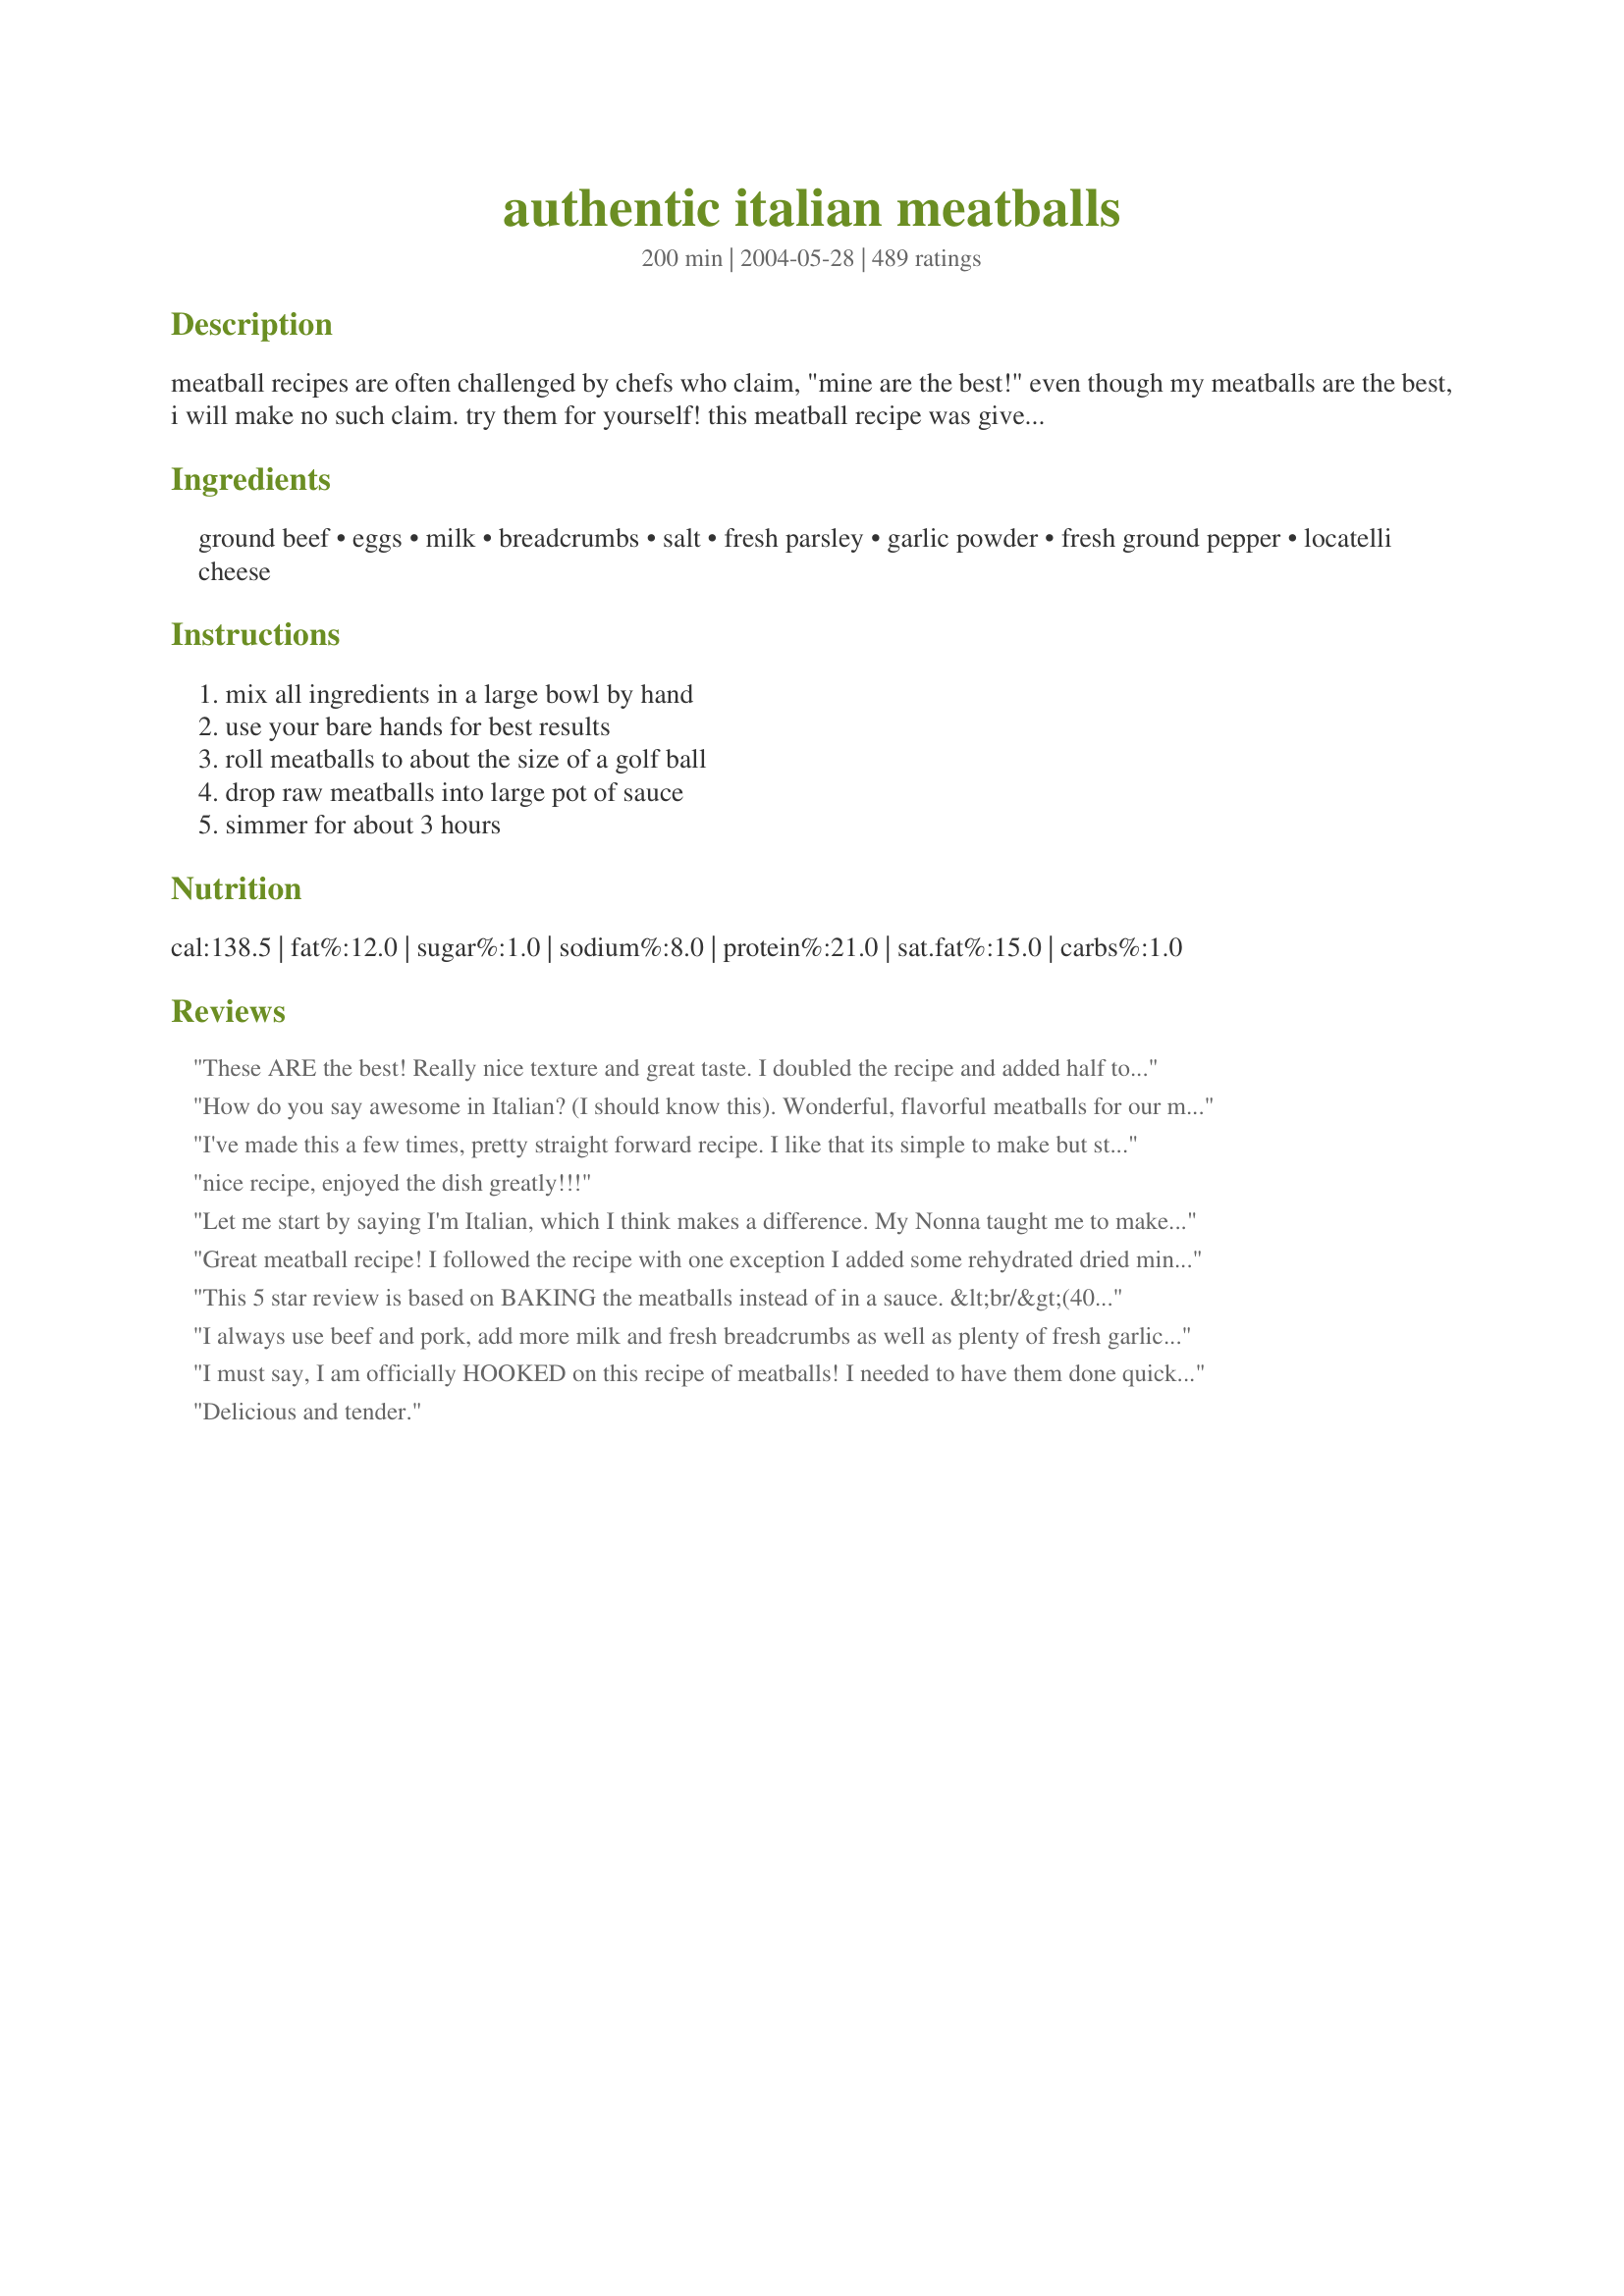
authentic italian meatballs
Preparation time: 200 minutes

meatball recipes are often challenged by chefs who claim, "mine are the best!" even though my meatballs are the best, i will make no such claim. try them for yourself! this meatball recipe was given to me by my father who got it from a little old lady from italy that he knew. it's amazing that she gave up her recipe to him, but i sure am glad she did!

Ingredients:
ground beef, eggs, milk, breadcrumbs, salt, fresh parsley, garlic powder, fresh ground pepper, locatelli cheese

Steps:
mix all ingredients in a large bowl by hand, use your bare hands for best results, roll meatballs to about the size of a golf ball, drop raw meatballs into large pot of sauce, simmer for about 3 hours

Reviews:
These ARE the best! Really nice texture and great taste. I doubled the recipe and added half to the Authentic Tomato Sauce recipe (YUM) and browned and cooked the other half in a skillet. I used those for meatball sandwiches and have some in the refrigerator for whatever. Excellent!
How do you say awesome in Italian? (I should know this). Wonderful, flavorful meatballs for our meatball subs! Covered them in marinara sauce, spooned them into huge hoagie buns, & sprinkled a combination of mozzarella & provolone on top. Then I toasted them in the oven like Quiznos does. Only these were better!
I've made this a few times, pretty straight forward recipe. I like that its simple to make but still tastes good! I'm Italian, so I'm pretty critical of recipes claiming to be &quot;authentic&quot; but this seems like standard meatball recipe. Great as is or could easily be tweaked by adding sausage or parmesan or a little paprika and you can bake it the oven if you want it faster or lightly fry in olive oil if you want them less mushy... the slow cooker or sauce pan is the traditional way.
nice recipe, enjoyed the dish greatly!!!
Let me start by saying I'm Italian, which I think makes a difference. My Nonna taught me to make meatballs some years ago.... you know a little of this and a little of that, but I can never get the proportions right. When I came across this recipe I was very excited because the ingredients are exactly the same as my Nonna's and the proportions are dead on! This was a fantastic recipe, extremely authentic and made me feel like I was home again. Thanks!
Great meatball recipe! I followed the recipe with one exception I added some rehydrated dried minced onion. Next time I think I will add some crushed red pepper flakes to spice it up a little more because we like a little extra spice. These are very moist meatballs not dry at all and they did not fall apart either. this one goes into my favorites file thanks so much for posting!
This 5 star review is based on BAKING the meatballs instead of in a sauce. &lt;br/&gt;(400F for 20 minutes)&lt;br/&gt;&lt;br/&gt;I love how simple this recipe is. I use ground beef mixed with ground pork, I use Italian seasoning instead of Oregano, and I omit parsley. &lt;br/&gt;&lt;br/&gt;Each meatball measures at about 2 tablespoons. Using 500g of meat, it yields about 16 meatballs.
I always use beef and pork, add more milk and fresh breadcrumbs as well as plenty of fresh garlic, chopped parsley and parmesan cheese. I make huge batches like I did today (152) bake them on sheet pans in the oven and then freeze what we won't consume within 2 days. Good basic recipe though!
I must say, I am officially HOOKED on this recipe of meatballs! I needed to have them done quickly so I put them in the oven at 400 degrees for 10 min and then reduced heat down to 350 degrees for another 5 minutes THEN put them in the sauce. DELICIOSO!!! THANK YOU FOR POSTING!
Delicious and tender.
I made these tonight - my first meatballs ever, and they were indeed very good.

One issue - I kept my sauce covered with a lid that has a hole for steam. However, even at the lowest range setting that I could use, the sauce greatly reduced, and turned dark and heavy. In other words, it wasn&#039;t very good with the spaghetti and meatballs. And - I only cooked them for two hours.

I wonder how others handle this? Is it possible to use just water to simmer the meatballs? Next time I will definitely make a separate sauce to have with the meal, and will not bother to waste onion and mushrooms in the simmer sauce.
What a great recipe! We all loved it!! Will definitely make again.
I don't eat meat and rarely make it, but I made these for my Dad and he enjoyed them. He is the one that gave them a 4 out of 5. I saw another reviewer said you should broil them for a few minutes first to keep them from getting mushy. Mine were pretty soft so I could see where this might help. Overall he seemed very happy with them, so this is where I will come if/when I make them again. Thanks!!
This is the best receipt for meatballs I ever tried. This is the way they make them in Italy. No frying or baking involved at all. The secret is the slow cooking. Just follow the directions and simmer them in traditional homemade pasta sauce for 3 hours on very low heat and the final result is incredible. Last night I made double dosage which was around 60 meatballs and they have been &quot;destroyed&quot; so fast at dinner. I guess next time I have to make 3 lb of meatballs.
I have never liked meatballs until I tasted these. They are the best. We make them using italian style breadcrumbs then put them in the oven to cook. Yum!
thank you!!! my girls really devoured your meatballs!!! thank you, i used with zucchine side dishes........




please, please if you really want to eat real italian food and recipes!!!!
here in italy MEATBALLS AND PASTA in one dish , do not exist!!! so sorry for this......
Lets face it, the search for the perfect meatball is over...because it doesnt get better than this!
Simply delicious!
OK I'm just a guy but I like to cook. I have made a lot of meatballs. These were the best tasting by far. I used 1lb ground round and made 1
I just made these per the instructions, and after reading many of the reviews, came to the conclusion that one person&#039;s mushy meatballs are another person&#039;s extremely tender meatballs.(chuckle) These were very tasty, but, .....well, soft, even after they were thoroughly cooked. Next time I will lightly brown them first, either in a skillet or in the oven. That&#039;s the way I&#039;ve always made my meatballs before, and using my very similar recipe, have always been satisfied. I thought I&#039;d try this technique to save a step. Anyway, thanks for posting this recipe, and as stated before, they&#039;re very good. Up-date: made these again, but lightly seared them off first in a skillet. Liked them better seared, but still delicious.
Oh my lord, I'm sitting here with the aroma of these meatballs in the authentic sauce wafting from my kitchen I haven't eaten them before, but I know these are going to.be Heavenly. When I was putting it together I was talking to God, thanking Him for the wonderful bounties He provided. Everyday my cup runneth over.
Love this recipe. Added a couple of changes based on my dad&#039;s recipe as well.
Have to laugh that you think the little Italian lady gave your dad her recipe...
She may have given him a recipe, but any Italian I know would never give the whole recipe. ?
These meatballs are hard to stop eating. Next time I will add a lot more oregano and parsley and some rosemary - not that they were bland, I just prefer a strong herb flavour. Thankyou, I will be using this recipe again and again.
Husband told me these need to be a regular meal... he and the kids loved them! (i did too ;)) I didn't have time to let the meatballs simmer for 3 hours, so i baked them on a sheet pan covered in greased foil for 25 min on 350 (i think). They still turned out so tender and flavorful, i simmered them in the pot of sauce for roughly 20 more min. Served over angel hair pasta, so good!
These are really good. I made exactly as directed. Next time, I will put them in a crock pot to simmer. They froze well, too. I trippled the recipe for a party. Thanks for posting.
Delicious....perfect meatballs...thank you.
The best meatballs I've ever made, Allie! I've never cooked them this way, dropped right into the sauce. They are so tender and delicious! I made them with your sauce, which is also to die for. Didn't change a thing. I got the sauce going, mixed up the meatball recipe, and brought the bowl right over to the stovetop to roll the meatballs and drop them in the sauce. Fabulous! Another heirloom recipe. Thank you so much for sharing these 2 recipes with all of us!
Once you 'change' a recipe it ceases to be the author's recipe and becomes your own recipe. Post YOUR recipe on your own site and don't presume to change the cook's personal recipe. If you don't like the original recipe, you are free to post your own somewhere else, but respect the author on the author's site. An aside comment, though: simmering the raw meatballs in the sauce IS the authentic method of preparing Italian Meatballs and following the recommended length of time, the meatballs don't come out 'mushy' at all. 'KICK?'. Meatballs in this recipe don't have 'kick'. You want kick in your meatballs, kick 'em through the goalposts and write your own cookbook.
I didn't care for these meatballs. All I could taste was the breadcrumbs. There was no beef flavor. Not enough seasoning either. Will not be making these again.
These are the best meatballs I've ever made. Although I bake mine &amp; they come out wonderful every time.
These are very easy to make. I used 1 1/2 tsp. dried parsley in place of the fresh. I also baked mine in a 400 oven for 20 minutes. The texture and taste was very good. This would be great to make for a crowd.
Honestly hands down the best. Easy to prepare, almost always have the ingredients on hand and have become a Sunday night tradition in our family. I use Italian breadcrumbs instead of plain and I also brown the meatballs just a little before simmering in the sauce to give them firmness. No other recipe comes even close to this one, many thanks to the person who gave this recipe up.
I browned them in olive oil first and dropped them in a crock pot full of sauce. When I got home from work they were awesome. Thank you!!
Voicemanray if you read what they wrote you will see that they did follow the recipe and then next time tweaked it
These meatballs were amazing! Truly authentic Italian meatballs!
Thank you for this recipe they was very good meatballs.. i did not used any milk at all but i did add 1/2 cup of minced dried Porcini Mushroom in it. they came out very nice 
Thanks again
It's actually a 4 1/2 star rating. The flavor of the meatball changed the flavor of the sauce as they cooked. Followed the recipe except for cheese. I used manchego because I had it. These were very tender and soft. Not soft mushy but soft melt in your mouth. A very good meatball.
Very sturdy, yet moist enough meatballs. I'm sorry to say it was missing a ton of flavor (we're the family that can't eat bland). Next time I will: 1. Add a ton more spices, including chilli powder (we like spicy). 2. I don't like spending that much time in the kitchen so I will make it in the pressure cooker. Will only take 15 min vs. 3 hours. 3. I will def. brown it in my cast iron skillet first. It may not be authentic, yeah yeah, but everything browned (meat, spices, onion) makes almost every dish delish! <br/><br/>Good base recipe, but needs some spice in it's life.
I&#039;ve used this recipe soooo many times. These are by far, the best I&#039;ve ever eaten. The kids love them and want them a couple times a month for meatball subs.
Amazing meatballs! I did leave out the salt and since I didn't have any ground beef, I substituted ground turkey with excellent results! Thanks so much for a wonderful recipe :oD
I've never made meatballs before, and these were perfect! Everyone loved them and they were super simple to make. I baked mine at 400 for about 20 minutes instead of cooking them in sauce as I was pressed for time, and they were fantastic!
I have 2 lady sister friends from Sicily, Italy that uses the same ingredients except they use dried garlic {has a stronger garlic flavor}&amp; they use pecoroni romano cheese, also has a stronger flavor compared to parmesan cheese. But one lightly browns her meat balls because she wants a little firmer meatball. The other sister likes her meatballs soft &amp; tender, so she cooks them as this recipe states. Really, both ways are very good. I&#039;ve tried both ways &amp; I can&#039;t decide which I like better. Both are Yummmmmmmmmmmmmmy.
I'm making these for the second time today; although I am working with 5 pounds of ground beef this time, since we loved them so much the first time. Today I am cooking them in Recipe #92096, but the first time I baked them in the oven and just tossed them into a jar of Ragu. They were awesome!! Thank you for the great recipe.
These where awesome!!! My meatballs where perfect didn&#039;t fall apart at all!! I followed the recipe to the tee ,only I made a a bit more so just double everything!!! Thanks for sharing this will now be my family&#039;s go to meatball recipe!!!
Yumm-o! So good, everyone loved them. Thanks for the recipe.
Made these with the recommended recipe for sauce. I put the sauce and the meatballs in a crockpot on high for 3 hours instead of simmering on the stove. Worked perfectly!!!
I found the Parmesan cheese to be a little overpowering. I am not a fan of the stinky cheese, but the rest of the family are. They all raved about them. Thus I will give it 5 stars.<br/><br/>I double the recipe and used 1 lb of ground beef and 1 lb of sausage. I fried half of them to add to my sauce. The other half I put in a deep frying pan with water that came up half way on the meat balls. Both preperations came out moist and tender. I will make again. Thanks
Mmm! These meatballs were good. I used fresh grated parmesean cheese, too. I used dried parsley because I didn't have any fresh. I made your sauce, too. It was very yummy and easy to put it all together. I DID brown the meatballs and drain off the grease before putting them into the sauce. -- 

These meatballs are amazing. Make them EXACTLY as posted. Ground beef 85% and use plain breadcrumbs. Put in tins in the oven to brown and then throw them in a pot of sauce. Truly amazing. My company always wants these. They've become my &quot;secret&quot; recipe!!
It&#039;s taken me 56 years to finally make a good meatball! I&#039;ve used this recipe for home and pot luck events-people rave! This last time I had complements from 2 Italian chefs as well as 2 100% Italian families! Couldn&#039;t have higher praise! My only changes were: 1. Omit garlic(I know... but I hate it) 2. Add lots of chopped onion 3. Cook in a crock pot for 4hrs on high (or 8hrs on low). 4. I usually use ground turkey and omit the milk. No one knows the difference! As a lazy shortcut, I&#039;ve been using a jar sauce- surprisingly, I found that inexpensive store brands work better than the national brands. Today I&#039;m going to try the &quot;authentic marinara sauce&quot; recipe-I have high hopes! Many thanks to the authors of this recipe!
This is the best meatball recipe that I have ever had, even my son who hates ground beef loved it. Definetly a keeper!
AMAZING recipe! It is so simple, yet so delicious. We followed the recipe exactly and simmered them all 3 hours in the "Authentic Italian Tomato Sauce"--#92096. The meatballs were not mushy in the least. The only trouble we had was waiting 3 hours, this food smelled so incredible. We served them on toasted hoagie rolls with mozzarella for meatball subs. Even our picky children ate theirs. I will double the batch next time because we were so disappointed we had no leftovers.
Delicious!
These are the best meatballs, the flavors are excellent and my family's new favorite. Thank you for sharing!! First time I made these, I baked the meatballs first , 4 mins per side at 325 . the next time I followed recipe as written. Amazingly delicious either way.
The meatballs are really nice, but mine didn&#039;t need 3 hours. Were perfect, tender and cooked through at 1 1/2 hours. I added things to taste: hot sauce to the meatballs, and cooked in a spicy homemade pasta sauce with tons of fresh tomato. Served on top spaghetti with extra parmesan. Delicious
My boyfriend and I loved these! It was my first time making any kind of meatballs from scratch, and they turned out tender, juicy, and delicious.
Oh my gosh! Fantastic and easy to make!
These are awesome!! I baked them and froze them in sauce and they thawed well are tasted great!! Thanks.
These were excellent! The only change I made was I used 1/2 beef and 1/2 pork and doubled the recipe. I also baked them in the oven because I was in a hurry and like to freeze them. I put them on a dish in the freezer until solid then put them in one of my Food Saver bags for future use.
I baked the meatballs at 350 degrees for 20 minutes due to time constrictions. The authentic Italian Meatballs had nice texture and flavor. It is worth mentioning that the egg and bread crumbs have a vital role in retaining moisture and binding ingredients.
GREAT meatballs! I mean GREAT! I have tried many meatball recipes and I have one of my own. This one beats them all hands down. The only change I made was that I mixed in mild Italian sausage with the ground beef (2/3 beef with 1/3 sausage). Other than that, I didn&#039;t change a thing. I&#039;ve read the debate in the reviews about cooking the meatballs in the sauce and I did exactly that. I had always partially cooked them in the oven and this was the first time I cooked them in the sauce. They did not get mushy and did not fall apart at all. They came out perfect and added depth and flavor to the sauce (In Memory of Brats Authentic Tomato Sauce - it&#039;s also awesome!). I used a 1/4 cup measuring cup to assure consistency in the size of the meatballs. I tripled the recipe and froze the extras raw so I could defrost them and add them to a new batch of sauce. These are the meatballs you&#039;ve been searching for!
Best meatball recipe ever! Enough said!
I followed the recipe as stated. They meatballs were just ok. Nothing spectacular. I think next time I will use fresh garlic, double the spices and maybe add some chopped onions to the mix. There just was not enough flavor this time. Overall good but just not great.
After reading a review about broiling these meatballs first to alleviate mushiness, I did so. 5 mins on each side, then, simmered in a large skillet with sauce under medium-low heat for about 30-40mins.

The seasoning was also an issue in some reviews, so I substituted in 1/2 lb of ground Italian sausage.

Superb!!
Very good meatballs! I followed your directions exactly and my whole family liked them. My recipe for meatballs is very similar, except that I use wet bread (soaked in water, milk or wine - depending on what I feel like) and fresh garlic. I normally bake my meatballs before putting them in the sauce, but I do make a Mexican soup with meatballs that you drop raw into the sauce. I've often thought of doing it with my Italian meatballs, but I just wasn't sure. But they turned out great! Thanks for sharing!
I used ground pork in leu of beef. They were amazing!
These are great with one change (which is why I gave 4 stars instead of 5). I use 50/50 ground beef and italian sausage and they are perfect. I always make them with the suggested sauce - amazing also.
I've been using this recipe for years but I go three times. End up with 36-40 2oz meatballs. Also use pork neck bones which add enormously to the sauce. Best recipe you'll ever use.
This is DEFINATELY the best meatball recipe EVER!!!! I made a double batch and we ate meatball sandwiches the next two days. They almost melt in your mouth, they are so moist and tender. I didn't have a big enough batch of sauce so I cooked them in the oven first and then put them in the sauce. Yummy!!
These were AMAZING! I used seasoned Italian breadcrumbs because thats what I had available, and mozzarella because I had no parm. The meatballs were rich, silky, and so flavorful. I did not want to cook them in the sauce so I cooked them in mini muffin tins for 20 minutes until they temped out. Very easy and worth the extra effort to make my own.
These are perfection!!!! And so is your sauce.
This one goes in our family favorites book!!
I was struggling with making good tasting meatballs and used this for the first time when I needed to make meatballs for a party. I now use this recipe all the time for meat sauce, meatballs and even meatloaf. It&#039;s delicious. This is not my &quot;go to&quot; recipe.
Outstanding meatballs!! Thanks.
These were good. We didn't care for the taste of Oregano in them though. They had a very nice texture and I liked that you didn't have to fry them first.
Great meatballs. I cooked them in the crockpot though. Laid a few celery sticks to rest the meatballs on top and covered in tomato sauce. They turned out fantastic.
These are soooo good -- a great flavor and consistency. And they're super easy!! I couldn't cook them in the sauce because of a tomato allergy. So, I took one reviewer's suggestion to bake them in the oven at 400 for 20 minutes, and they turned out perfectly. We froze the extras, and by leaving them out of the sauce, we have flexibility in how to use them for future meals (i.e. we can do meatballs and gravy over mashed potatoes).
I tried it and it turned out to be perfect! Thank you for your recipe. I couldn&#039;t get enough of it, especially with your sauce! :)
hands down... easiest and most delicious meatball recipe. I used ground turkey since that was what I had on hand. Perfection.
These are simply FABULOUS!! Thank you, thank you ,thank you again and again!!
I have a Better Homes and Garden New Cook Book, printed in 1974. on page 122 is the same recipe except they use water instead of milk and they brown before adding to sauce.
I give 5 stars if broiled (or even brown in a pan) before cooking in the sauce. Excellent flavor! Since we have 2 children, we made them "tablespoon size" and broiled them for 10 minutes (flipping half way through). We are using a new homemade sauce recipe, so I wanted to rate these BEFORE cooking them in the sauce. For a 5-star, I must be willing to serve these to friends and I would for this recipe! Thanks for posting!
I made Recipe #329379, and was looking for a great meatball recipe and this one caught my eye. The meatballs came out nice and tender and full of flavors from the mix of ingredients. The milk helped hold the other ingredients together. Authentic meatballs with authentic Italian sauce. This was a fabulous combination that I will make many times in the future!
I made the original recipe the first time and it was ok. But now I use fresh garlic and brown them in olive oil first with some diced onions. They are delicious.
locatelli romano cheese has a flavor all its own, which is very strong with a strong aftertaste. I would recommend you sample this cheese and make sure you like this flavor and smell before adding to recipe. It may be Ok with a mild romano but this was the un-edible I am from an Italian family and have been cooking Italian handed down recipes for 25 years. My husband literally spit it out.
Delicious meatballs! This was my first time making meatballs from scratch and they came out perfect. Not mushy at all - perfect consistency and taste!
These were good and easy to make. They smelled so good cooking. I doubled the recipe and used Ragu marinara sauce. Next time I would make my own marinara sauce. We ate a few for dinner and I froze two packages of meatballs for later dinners. It was so awesome to be able to put the meatballs directly in the sauce and not have to cook them in the oven first. Will be making again.
Glad I didn't cook the meatballs in the sauce, because baking 16 minutes at 400&deg; left them a little mushy. I added another 2-3 minutes, which made the texture perfect. However, I have to agree with &quot;relreviewer&quot; that &quot;the cheese stands alone.&quot; Before I took a bite, something smelled &quot;off.&quot; I didn't find the taste repugnant, but it was definitely the cheese that added a little &quot;bite.&quot; Next time, straight romano.
To the people saying simmering meatballs in sauce makes them mushy; meatballs are supposed to be soft. It&#039;s only the American way to bake them to be crispy. If you want delicious AUTHENTIC Italian meatballs, you need to simmer them in sauce. Whoever your husband got this recipe from is spot-on. My whole family is from Italy and this is the only way we cook these suckers. Delicious!!
Just want to say I tried these meatballs today. Thank you. They turned out great. Did them in my slow cooker on low for about 5 hours. They held together perfectly.
Love these meatballs!! I've tried many different recipes...this one got the family's vote. I now only make these...thanks for the recipe:))
To add to my rating of 10 stars I did use 50% italian pork which gives it an awesome spicy taste. Also simmering them for 3 hours in the sauce did not make them mushy.....and I made them large so probably why I ran out so fast!
Absolutely delicious! A very simple but perfectly scrumptious recipe! I made the meatballs for a party, and everyone enjoyed them. We saved the few that were left, and they reheated excellently. Five stars!
These are truly delicious. They are my go to recipe for meatballs and they NEVER disappoint. If I'm behind on time I pop them in a 350 oven for about 10 min then finish off in the sauce. Thank you for this wonderful recipe.
These are the best meatballs I've ever made! Don't let the simple recipe fool you, I've tried so many recipies some similar to this that I almost didn't try but I'm so glad I did. I made these with ground turkey and added 1 grated clove of garlic instead of powder. Flavor and texture were perfect. Next time I'm doubling recipe. Thanks so much.
Did 3 pounds..they where mesmerizing meat balls..lots of left over. Still oving them with my favorite pasta
Easiest and best metaballs! Make ahead, freeze, drop in the pot!
These meatballs were ok. But even still they were bland. 
Needed more flavor and salt AND A NEW FIRST PLACE RECIPE.
My last set of meatballs came out so soggy. I added all the ingredients to a &quot;T&quot;. I couldn't get the meat to stick together. I feel like two eggs and all that milk made them not form properly.
Great recipe Allie! I never heard of putting milk in meatballs but it really helped to bind the ingredients. I had rolled 5 meatballs before I realized I forgot the milk, so I added and remixed it. I was kinda nervous about the sauce getting greasy since I usually pre-bake my meatballs and drain them before adding to sauce, but these were fine, I used lean ground sirloin and regular ground beef. I also used your sauce recipe, thanks for sharing this :-)
All I can say is WOW! These are delicious!<br/>Just the right amount of seasoning, tender texture. <br/>I used the list of ingredients and then browned these in a skillet. I prefer the flavor that the meat juices impart on a recipe when prepared this way.<br/><br/>I also didn't use them with an Italian style sauce. I made them with a rich mushroom gravy and served them with red potatoes. My hubby loved them so much he mad a glutton of himself and ate until he was absolutely miserable. That's a win in my book!<br/>Delicious and versatile. Thank you so much for the recipe :)
These meatballs were the best my oldest is very picky with his meatballs and never likes any- but today he couldn't stop eating and asked for more and more!!! Thanks so much
These meatballs are GREAT!!!!! Easy to make and super tender and tasty. ..FOLLOW the recipe and you will have perfect meatballs that people will rave about.
These were tasty little morsels. I was a little dubious about the milk, but followed your recipe exactly. I also had concerns about the time frame, but they were not overcooked at all. I loved this recipe Allie, and plan to make it again and again.
These are excellent meatballs! I used fresh garlic and I loved the oregano in these! I had never cooked meatballs in the sauce either, and it was making the guys really nervous, but they turned out perfect. I did use your sauce recipe and it's a great combination of flavors. I really loved the texture of these meatballs as well.Will definitely be making these again, thanks for sharing!
Made these tonight per the instructions and they were yummy. I know they are going to taste even better tomorrow night for dinner. Yes, they don&#039;t have a
I was a little aprehensive about using milk in the meatballs but they turned out fantastic (I used skim milk). You didn't specify what type of cheese to use so I used freshly grated Parmesan and Romano cheese. I subsituted fresh basil for the oregano and that's the only change I made.I cooked them in your (Daddy's) sauce recipe #92096 and I was rewarded with 13 of the best meatballs I've ever had.
I uese this recipe and have for years...was given to me by my italian babysitter when I was growning up. I have always dropped my meatballs directly into my sauce to cook saving myseld time/dishes etc. and I like the taste and texture they have...great recipe!!!
I wouldn't call them mushy, but tender and delicious! We had along with spaghetti and garlic bread with a side Caesar salad and everyone here was very happy with the meal. My DH said he thought he was at an Italian feast with this meal, and that's a BIG compliment from him!
What kind of ground beef: chuck, lean, top round, sirloin? Makes all the difference in the world what kind of beef. I prefer the lean ground plus a quarter pound pork sausage. Makes an excellent dish
This was a perfect recipe, prepared exactly as written. When slow simmered just like my Nonna used to do, the meatballs are perfectly textured. Italian breadcrumbs and a good quality parm&lt;br/&gt;give the meatballs just the right touch of truly authentic flavor. This will be my &quot;go to&quot; meatball recipe from now on!
I made that recipe..Very nice!! Meat balls are perfect..
These meatballs were a big hit. Very moist.
These meatballs came out just perfect.. I used 1/2 tsp. Italian Seasoning instead of the oregano and 1 clove fresh garlic instead of the powder. I baked them for 10 to 15 minutes at 375, or until firm before adding to a good spaghetti sauce.
These are delicious meatballs! I tripled the recipe and froze them for quick meals. I simmered a batch in some home canned spaghetti sauce for supper last night and everyone enjoyed them. Great recipe for Italian meatballs that I will use repeatedly.
These are very similar to my grandmother&#039;s. I made them today and will definitely be making them again. Thank you for posting this great recipe.
I made this for my family and friends for a pasta party before a marathon and everybody loved it. Definitely a keeper! I put it in a slow cooker and it turned out great!
Like all recipes this one needed to be tweaked. It is the perfect &quot;base level&quot; recipe for an Italian meatball but not the perfect one for me. I used every ingredient listed and also added 21 other common spices of a pinch and one half. In addition I added paprika, red pepper (Cayenne), and did not cook in the sauce as that makes them mushy. I baked on a metal pan in the oven for 10 minutes at 440 degrees Fahrenheit. This make the meatballs set. Then I put into the saucepan and slow cooked them for another 1 hour. 3 hours is overkill and the sauces sometimes break if cooked to long or on too high. This can happen even on extreme low. If I was stewing raw tomatoes to make the sauce, then I would agree to even more than 3 hours.
I've tried many meatball recipes from quite a few of the "tv chefs". This is my favorite. I do add a little onion powder but otherwise stick to the listed ingredients. The flavor and consistency are great. I have cooked them directly in the sauce, but II prefer to bake them in the oven. I keep these meatballs on hand in the freezer for quick meals. They make highly coveted leftovers in my house. ***Update: Still making these on a regular basis, with and without the addition of the onion powder, and sometimes subbing dried parsley for fresh. The absolute best result I have had to date was the result of using fresh bread crumbs instead of dried and pan frying before dropping in sauce to cook through.Also, I use a food scoop for uniform size, and food prep gloves rather than bare hands, which not only cuts down on mess, but produces a smoother surface on the meatballs, which makes them brown beautifully and have a better bite and mouth feel. Prepared this way, they really are superb.
As others suggested, I baked mine on a rack over a baking sheet for 20 min at 400 degrees F. Perfect!
These were delicious. The recipe itself is very simple, but as I pulled them out of the croc pot everyone thought I had worked that voodoo that I do so well. No voodoo though, just this recipe. Delicious.
Ok.. there are a great many meatball recipes out there, and when it comes to seasoning - it is very much personal preference. So, IMHO the 'keys' in the recipe are: 1. The milk in the meatballs makes them rich and helps to keep them moist. 2. Cooking your meatballs in the sauce keeps them moist, gives your sauce a heartier 'meat' flavor throughout, opens up stovetop space, and grants you flexibility on cook time (I did mine on low heat in an uncovered stockpot for 4 hours). I used 94% lean meat and some italian sausage and it worked great.
These were incredible! When an Italian family tells you they love them (and they devour them), you know you've got yourself a great meatball recipe! I broiled them for 5 minutes before putting them in the sauce, and they turned out perfect. Wonderful recipe!
Ugh, why wouldn’t the sauce recipe be listed as well? I’m new to this site - so listing a number in brackets (referencing the sauce) doesn’t help ME at all. ?? Moving on I guess.....
Greatrecipe! I added onions and baked them. Thanks!
Great recipe! I doubled the recipe and we all enjoyed them very much!! Thanks ~In*Memory*of*Brats~....
Great!!! Easy quick and very good.
Excellent meatball recipe! I followed the recipe except used Italian seasoned breadcrumbs and bake in 400&deg; oven for 20 min. as recommended in another review since I wanted to freeze them. Next time I will cook them in the sauce. Thank you for sharing!
Made these this afternoon so they could simmer until dinner. Following the advice of my Sicilian ancestors, I baked the meatballs in the oven @ 350 degrees for about 20 minutes then added them to my sauce to absorb glorious flavors. Italians NEVER cook for a few, always a crowd and even though we are empty nesters, I made 40. I plan on having my husband's Swedish fam over meatball subs/salad so the other 30 hit the freezer. Of course, I paid homage to Nonna...a little bit of this (seasonings), a little bit of that. But, DEFINITELY, these were simmered for a few hours before serving. My family always made meatballs with white bread soaked in milk, but who eats white bread anymore? So, I used dried Italian bread crumbs. Tender, flavorful and easily smooshed apart with a fork (due to the simmering). While Swedish hubby mows the lawn, Italian wife is enjoying a glass of fine wine &amp; one of these DELICIOUS wonders!! Hey, I missed lunch! Don't judge me. Ha! LOVE THESE!!!
Wow! Add me to the list of fans who love these meatballs! I was astounded at how simple and inexpensive this meal was and it still tasted fantastic! I paid just over $4.00 for almost 600g of meat (I realize this is over a pound but I was feeding a hungry crowd)Everything else for this recipe is a staple and so I already had in the house. I made 24 giant meatballs with the meat mixture. I simmered them in your sauce in my crockpot on high for 4 and a half hours. The whole house smelled delicious. I fed my parents, my three children, my niece, nephew, my husband (who I might add, are all big eaters) and myself and still had leftovers! Thanks so much for sharing this recipe, we all enjoyed it and it will be made again soon.
was so easy to prepare, well the family can't get enough...thank you so much
I make my meatballs the same way except I used fresh chopped garlic. My recipe comes from my Italian grandmother who immigrated to the states in the early 1900&#039;s. Meatballs will not become mushy if your gravy is hot enough before adding meatballs. Bring gravy to light boil; immediately reduce heat to simmer and add your meatballs. Do not stir gravy for least least 1/2 hour, preferably 45 minutes to one hour. Your meatballs will be firm but juicy! I&#039;ve never had a mushy meatball cooking this way!
PERFECTO!!!! I made this exactly to the T and its AWESOME, THE BEST MEATBALLS I ever made!!! I'm German &amp; Irish and my husband is Italian all the way so for the few first years it was hard to cook Italian food right but I think I got it...this recipe DEFINITELY is added to the Italian menu...he LOVES them!!! Thank you for making this recipe as an Italian recipe staple for Sunday's sauce (gravy)!!!
I didn't make this recipe but wanted to check out this recipe, as I saw it when entering a contest. Didn't really appeal to me, though. But one thing I DID notice was that it said it served 10. One pound of ground meat and it serves 10? Boy, those golf ball sized meatballs must be more like marbles. I put a lot more stuff in my meatballs, too -- all fresh stuff, too, except for oregano as I prefer the dried to the fresh (I use the fresh occasionally but always use the freshly chopped oregano leaves a few minutes before I turn off the heat). I ALWAYS crush my dried oregano -- I do this with any dried spice that I use in leafy form -- between my fingers before adding it to anything. Makes all the difference, especially in something like an oregano vinaigrette...
Afraid would not change the way I make meatballs....being raised by an Italian Mother and being full blooded Italian...have always followed the way my Mom made hers...she had been a Chef in an Italian restaurant in Little Italy in Cleveland, Ohio when I was a child growing up there with my two brothers.&lt;br/&gt;&lt;br/&gt;She never used Oregano in our meatballs..only used fresh parsley finely chopped...bread crumbs and Parmesan-Romano fresh grated cheeses. Only thing I have changed from her recipe .I place my meatballs on a sprayed rack over a cookie tray with sides and bake them in the oven til they are nicely browned...all the fat if any goes to the bottom of the tray...have been doing this for a few years since I am diabetic and had a heart attack in the year 2000. Also...always put Italian sausage in my Italian sauces....do the same with the sausage....cut it into serving size pieces and prick it with a fork to let the fat drain off. Sauce is always a hit with family and friends. I usually make 30 meatballs when I schedule a Spaghetti meal..children love them and I give away leftovers they can use them for Hoagies.
Very good! The meatballs were very tender and flavorful with oregano being the dominant flavor. I simmered them in sauce for a couple of hours. Some of the meatballs fell apart but that was just fine because it made my sauce thicker.
YUM! Made 400 of these little bits of delishousness last night! I've been on a quest for the perfect meatball and this will now be my go-to recipe. Very easy and SO flavorful and tender!
I signed up just to disagree with stevehet. I do not write reviews, but these are the best meatballs I&#039;ve ever had. I did not broil them first. I made them exactly as the recipe instructed and they were fantastic! I will say that I used ground sirloin because I feel that the fat from a lower quality ground beef would end up in the sauce. I wouldn&#039;t use seasoned breadcrumbs because the seasons in the recipe are the same as what would be in seasoned breadcrumbs.
I was on a search for the best Italian meatball recipe, as I was going to make them for the first time ever. Right off the bat, I found this one. I was excited, but also concerned about the &quot;just simmer in sauce vs. brown/broil first&quot; issue that cropped up in the reviews. I didn&#039;t want to go to all that effort and have them be mushy, or too chewy! After careful consideration, I decided to follow this recipe precisely in terms of how to cook them (simmer in sauce). From multiple suggestions in the reviews, I did slightly change the ingredients of the meatballs themselves, opting for Italian-flavored breadcrumbs (vs. plain), and adding minced garlic and minced onion. I simmered them in Barilla marinara, enough to just about cover the 15 or so meatballs in the pot, for about two hours. Complete success! They were the perfect taste and texture, just needing a knife to cut--no mushiness here. I was impressed by how easy they were to make. They&#039;re also quite filling. This will be a frequent meal in my home from now on!
I am making this recipe for about the fifth time today and I can’t believe I haven’t reviewed it yet! I spent years searching for the perfect meatball recipe, with that firm but juicy texture like my favorite Italian restaurants serve. This is THE one. It is absolutely perfect exactly as written. I follow it exactly, except I double or sometimes triple it to make enough meatballs (no matter how many of these you make, there are never enough). I never sear or bake mine prior to dropping them in the sauce. I follow the advice of another reviewer and bring my sauce to a light boil, reduce it to a simmer, and drop raw meatballs directly into it—then I wait at least an hour before stirring. My meatballs have never broken apart or turned out mushy. They are juicy, firm, and perfectly flavored. Just gently simmer the full 3 hours and stir as little as possible. Thanks so much for this recipe!!
This is a great starter recipe for sure! I add garli and onions too. In addition, I also broil them 5 minutes on one aside and 5 minutes on the other...I used seasoned breadcrumbs too and add some additional spices to taste ?
I've never made meatballs before (newlywed cook!) - my husband asked for lasagna one night so I made my sauce... and decided to make meatballs. Looked on Zaar and these looked the best to me! I use some of them in my lasagna... chopped them up and layered some in there. The rest I froze in my sauce for pasta later on. I did, however, bake these in the oven (375 degrees for 20 minutes) because I like meatballs to be more 'browned'. Otherwise, followed the exact ingredients. Both hubby and I LOVED these meatballs and I'll most definitely make them again and again!
OH MY GOD, finally... these are what I remember meatballs are suppose to taste like... Mine WERE golfballs.. these came out great and did not take that long to cook in the sauce.. awesome! This is my new forever meatball recipe!
Thanks
The meatballs were excellent and it is soooooo much easier to just cook them right in the sauce. I doubled the recipe and I'm glad I did! I substituted Italian seasoning for the oregano, added a little basil, and used dried parsley. Loved it!
Best meatballs i have ever tasted!!!!
These were awesome - people raved! Served at a bridal shower with http://www.food.com/recipe/grape-jelly-meatballs-72826?scaleto=24&amp;mode=null&amp;st=true sauce recipe. HUGE HIT! Thanks :)&lt;br/&gt;&lt;br/&gt;Baked the meatballs 10-15 mins at 400. Froze them until the day before I was ready to serve them. Put them thawed in the crock pot with the sauce. 2 hours on high, 2 hours on low.
I made these for meatball subs and they were fantastic! Many people said the meatballs were a bit mushy. I added an extra 1/8 cup of Parm cheese and were the right consistency. I don't know how many meatballs the recipe made, but there wasn't enough to put in the pot, so the extras are in the freezer waiting for another dish.
While these meatballs weren't bad, they just weren't anything spectacular. I was disappointed.
I loved these and so did everyone else. I followed the recipe except I pan fried then first and then finished them in my sauce. I will be making these again.
I make these exactly as the recipe states except I mix the 1 lb meat in a food processor with all the ingredients. Other than that, I follow this recipe and the sauce recipe recommended as given. My family loves these meatballs, say they are the best ever. I make 3 lbs. worth for the sauce, and by the time I'm done and the family has eaten two,or three meatballs as soon as they are ready, I wish I had mad four lbs of meatballs! Thank you so much for sharing the recipe. We have enjoyed for well over two or three years and thought I owed a review after making them again today. I bought ciabatta rolls and made open face sandwiches with provolone melted under the broiler and they were outstanding thanks to the meatballs and sauce.
My mother was the little old Italian lady that your father talked to. She would fill the garbage pail with meatballs made from this recipe.
This is my go to meatball recipe that I have been using for a while now...can&#039;t believe I forgot to post a review....all I can say is ....perfect.....that is how they always turn out...&lt;br/&gt;I always follow the directions as stated and cook the meatballs directly in the sauce and they have never once turned out mushy...so delicious!
I was in search for a recipe and stumbled on this one and what results. It was by far the best meatball recipe I have ever used. The only change I made as I ran out of beef was I mixed in some pork and veal and used fresh garlic and I dont use garlic powder. Thanks very much for posting this.
I used Italian bread crumbs and Italian seasoning. I also browned the sides before simmering in the sauce. These are as close to my mother-in law&#039;s as I have gotten...delicious.
These turned out amazing!!! I didn't add the cheese. I also didn't have 3 hours to cook them. So, I put them in trays in the oven at 400 degrees for about 15 or 20mins and then popped them in my sauce for about 10 mins.
I've tried so many different meatball recipes over the years, always trying to get "the one." I've ended up with some good ones, some bad ones, but never "the one." This recipe was one of the easier of the ones I've tried (just with a long cook time), and guess what... they're the best meatballs I've ever made. I'm done, this is my recipe! I love it, and thanks for posting this. Absolutely make these, and do it exactly as the recipe shows. They're fantastic!
Just like mom used to make. Made my house smell oooh so good and made me feel Italian even though there's not a drop of Italian blood in me! I dropped the raw meatballs into 2 jars worth of Bertolli Olive Oil & Garlic sauce, which gave the perfect sauce/ball ratio. This will be my official meatballs recipe from now on. Thanks!
I read no less than a dozen Italian meatball recipe. This is the easiest and I decided to give it a try with no high hope at all. My first attempt was a success. It yielded soft, bouncy and tasty meatballs. I baked the meatballs prior to putting them in my preferred sauce as some reviewers suggested. It's a simple, wonderful and inexpensive recipe. Great for entertaining too. Thanks for sharing!
Very good recipe. I made these last night and they were delicious. I usually brown my meatballs, but I loved the smooth texture these had when cooked directly in the sauce. Did not have a problem with mushiness AT ALL! Added some crushed red pepper flakes for an added kick. Turned out delicious! Thanks for sharing these awesome meatballs.
Not only are your meatballs the best but your sauce is the best too!!! We love them and they are easy to make, I did brown them on the stove first then I put them in the crockpost on med with your sauce for 3 hours. They come out tasting so good! I have pasted this recipe on to all that have eaten them at my house. Serve with a salad and garlic bread and you have an awesome easy meal!
My 6 year old made these tonight with a minimal amount of help! Super easy! We made these to put into soup, so we skillet fried them up instead of simmering in sauce. Delicious!!
This was really easy to make and the meatballs were very tender. My 11 year fussy eater liked them. i divided the sauce in to two and added some hot pepper flakes to the adult sauce to spice it up a little
These meatballs were excellent, Allie! I made them to go along with your sauce and the combination made a delicious supper! I changed nothing about the recipe and used Parmesan. Thanks, Allie!
These meatballs turned out nicely, but I only have it 4 stars for 2 reasons:<br/>1. Cooking meatballs in the sauce alone can make them mushy. I recommend putting them under a broiler for about 5 minutes, turn over once and broil for another 5 minutes first before you add them to the sauce. Broiling adds a nice brown color and enough crisp to prevent mushiness<br/>2. The meatballs lacked the spice kick that I normally prefer. Next time I'll add some Italian seasoning or seasoned breadcrumbs for that extra kick.
I can't believe i've never rated this recipe or reviewed it because i've been using this recipe for at least 3 years now! It is the best.. i follow recipe exactly. Except for sometimes I brown the my meatballs in the oven for color. Also I always use ground turkey. Thanks for the awesome recipe!
This was great, I have tried a few other versions on this website and this was the best one. The meatballs were very moist. I only used garlic salt, pepper and salt since I did not have the other spices but they came out great. It was pretty easy also.
I add some fresh sliced garlic and onion and it&#039;s fabulous. I have never browned my meatballs, I cook them in the sauce. If the meatballs are mushy that means there was too much liquid in the mix or you didn&#039;t have enough meat. Also, depends on the type of ground beef you use, you always want a little fat. I had never thought of adding the parmesan and milk, but it really makes a difference.
I wrote my review earlier, however forgot to rate it...I give this recipe 5 stars!
Mmmmm, delicious meatballs! I cooked them in the sauce as you suggested which is also how I usually cook my meatballs. They are so tender and flavorful. I didn't need to simmer them for the 3 hours though...I would say about 40 minutes and they were done. Thanks for sharing.
Made your meatballs with your tomato sauce recipe as well! These meat balls are not heavy at all and so flavorful! They have a nice soft texture and you can taste the oregano, yum. Two meatballs and 1/2 cup of your sauce on top of pasta made for a very filling, delicious meal. Another keeper!
I just made a double batch. I cooked half in a sauce as the recipe suggests, and also did half in the oven for meatball sandwiches tomorrow for the kids's lunches. Absolutely awesome recipe.
mushy mushy mush mush!
I made these today, but I didn't do as directed. First of all I would never put raw meat in my sauce or gravy, I fried mine first or you could broil them (or they will fall apart). Secondly, I don't know many italians who cook oregano, oregano gets very very bitter when cooked too long(3 hours is toooo long). I never heard of cooking any type of spaghetti sauce (gravy) 3 hours unless it was a Sicilian sauce and then they have to add sugar to account for the bitterness of such a long cook! Italian tomato sauces were made to cook up fast, few ingredients, and definately no oregano while cooking, add it at the end if you must have it. Basil and parsley taste so much better. Also, use the grease from the fried or broiled meatballs in your sauce, excellent! Ethnic italian is so much different from these types of recipes. These should be labled "american italian". Remember italians mostly live in a very hot climate and had no refrigeration so most of their meals and fast, fresh and easy and have very few ingredients but the ones they do use have lots of taste.
Declicious, best meatballs and sauce combination I have ever made. I highly recommend making these with the recommended sauce posted with the recipe. I used venison instead of ground beef, and simmered the meatballs in the sauce in my crockpot on HIGH for 2 hours. Fabulous.
These were very good. Made with the sauce suggested. To others, who say meatballs were mush, do not stir these first hour or the meatballs will fall apart. Then if you must stir go easy. Thanks for sharing.
I was not surprised by the texture of these meatballs and considered cooking first, but felt the author of the recipe should be honored. I was disappointed to say the least. The texture was mushy, soft - comparable to a canned style meat, but what was more disappointing is the taste was washed out. Any favor the meat had was removed into the sauce - I wanted a meatball that could stand on its own and be enriched by a good sauce. I&#039;m sorry - but I followed your directions to the t and was disappointed with the results.
We found that these were OK. There is nothing wrong with them, just not a favorite for us. I did find them soft and tender from simmering in the sauce.
These are amazing. I made them for a Boy Scout Dinner with the authentic Italian Tomato Sauce and luckily I tripled it because it was gone within minutes. Wow. Everyone asked which Italian restaurant I bought them from. I just put it all in the crockpot. Thank you so much.
Loved these meatballs! They cooked perfectly in the sauce and weren&#039;t spicy. If you&#039;d like to make them spicy you could easily add some cayenne pepper or perhaps some red pepper flakes, which might turn out well.
I make Parmesan Meatballs and your recipe is almost identical. I did follow yours to the T and they held up very well in the sauce, good and cheesy too. TFS
My husband says this (combined with your sauce) is the best meal he has ever had. It is now our Saturday night special.
I think everybody has already said it, Outstanding!
Love the meatballs. Just like my recipe. The only difference is I warm the milk and I use part meatloaf mix. (3 to 1) Thank you.
I aslo like Italian food very much, and I used to find a restaurant in UK that serves Italian food on the internet and thanks to the website http://restaau.co.uk/Restaurant/Detail/Show/4551, I found one called Melanie Italian Restaurant on 4-6 Old Compton Street, London, W1D 4TB. it serves the similar Italian meatballs as yours and they tasted really deliciuos. now I know the recipe to cook them. many thanks for your post.
I made these to test run to use in a recipe for bloody eye balls for our annual halloween party. Very good meatballs, that I think everyone will enjoy. I know my kids loved them. We will be using this recipe.
Absolutely loved this recipe, but I did make some changes. I used my Kitchen-aid mixer to mix the ingredients, first the egg and milk then the breadcrumbs and spices. This gave the meatballs a nice and firm consistence. I then baked them at 425 degrees for about 20 minutes. There was not a lot of fat or grease and my hubby and kids absolutely loved this.
i can't wait to eat these again! i substituted 2 finely minced garlic cloves for the garlic powder, and i used a couple of teaspoons of italian seasoning instead of the oregano. i only had ground sirloin on hand, so i grated about 2 tablespoons of onion juice into my mixture for moisture. i also browned the meatballs in bacon grease, mainly just so i could make little brown bits that i could deglaze into my sauce. once the sauce was assembled, i dropped the meatballs into the pot and simmered away. it may sound strange, but i swear these meatballs made my regular sauce that i've made a thousand times taste a thousand times better! thanks so much for this recipe!
Excellent meatball recipe! Made these meatballs in the recommended sauce many times--especially good for a crowd of holiday house guests. Highly recommend.
I tried this recipe once and that will be the last time! I always use ground turkey instead of hamburger, which may make a difference for some people. First, this recipe is way too bland with just garlic powder and parsley. My old recipe, I always add basil and oregano. Adding the milk in this recipe made the turkey too wet and hard to roll into a ball. Also, frying them in olive oil in a stainless steel pan gave me a problem also because of the wetness.
I made this recipe yesterday with the sauce that is also listed. It came out great! My husband thought the meatballs were amazing. I did use ground sirloin steak instead of regular ground beef and baked the meatballs before putting them in the sauce. Besides that, I followed the instructions exactly and they are amazing. I made three pounds and my husband said he would be able to eat it all in one sitting!
These meatballs were great even though I forgot the milk and eggs! I used seasoned panko, because that&#039;s all I had. I also baked the meatballs at 350 for twenty minutes and simmered in sauce for another hour or so.
We loved `em! However, I tweaked the recipe a bit. Rollled the meatballs in flour and then quick fried for golden crust before adding to the gravy. So good and glad I made a double batch, as these went fast. &lt;br/&gt;Thanks for sharing and posting &quot;In Memory of Brats&quot;. &lt;br/&gt;Umm... would you have a good brat recipe? ;)
My mother-in-law, who is a gourmet cook, always cooked her meatballs right in the sauce. This is the ONLY way my husband will eat them because cooking them this way retains both the moisture and the flavor. If the meatballs are simmered in the sauce for 3 hours as in this fine recipe, they will never turn out mushy! I have tried SEVERAL recipes but this is the 1st recipe that I feel truly tastes authentic! One small change I made was to use a mix of ground beef, veal and pork. This enhanced the great flavor in this recipe. ;0) Thank you so much for sharing!! I will use it again and again.... And I am certain my family and friends will enjoy it for years to come!
Love these meatballs! I have made these a dozen times for my family, and each time they rave about them. I made them exactly as written the first time, and they were great. Here a couple of changes I made the second time, and the flavor was phenomenal. First of all I use 3 pounds of meat. I have a lot of boys to feed! So I tripled the recipe. I use 1 pound 80 percent ground beef, 1 pound ground pork, and 1 pound veal or more meat. I use 1/4 cup ketchup, and add some basil. Everything else I do exactly. Great recipe!!!
Excellent!!! I've been searching for the perfect meatball and finally found it. The milk has got to be the secret. I followed the recipe exactly and cooked it in the sauce - they paired up perfectly! Thank you for sharing!
I had rave reviews with no leftovers!
These were good, but nothing special. I've been making meatballs for 40 yrs and I think mine are the best!!
These were great! I decided to try these because my meat was 90% lean and I thought the milk would keep the meatballs moist. I doubled the recipe and there's hardly any left. I wasn't sure if the breadcrumbs were supposed to be dry or fresh. I read somewhere that 1/2 cup dry breadcrumbs equals 2 slices of bread, so I used 4 slices of white bread broken in small bits. I used Locatelli for the cheese and it added a lot of flavor. I did fry these in olive oil before the onions and garlic for your sauce recipe; then I dropped them in the sauce. Awesome meatballs and wonderful cooked in the sauce. Thanks for sharing!
I don't usually use so much milk, but these were great! THanks!
I baked mine in a 400 degree oven instead of adding to the sauce because I didnt have time, but they were still fantastic and still melt in your mouth. I will continue to make them this way!
I made these meatballs for the first time ever and was scared I'd mess it up,but everything worked out. I made a triple recipe and used 93% lean ground beef. I believe that using the lean ground made a difference. I also made them big and they still came out great and I have some left over for some awesome meatball sandwiches. Thanks so much for your recipe.
Absolutely AMAZING!! I am 28 and just now stepping into the world of cooking. My wonderful hubby has been giving me pointers so I wanted to do something special and make something on my own for him and also to spice up our boring spaghetti dinner. This was my first time making meatballs and they turned out fantastic! I followed the recipe exactly.It was easy and I actually enjoyed making them. I was kind of worried about them being mushy as I read in the other reviews but they were PERFECT! My husband is STILL raving about them and keeps asking when I am going to make them again, this time for meatball subs. My extremely picky toddler even liked them! I was so happy and proud of myself and the results. These truly are the BEST meatballs and I found them just in time for football season! They will make a yummy snack! I am going to try making the sauce next. THANK YOU FOR SHARING!!
These were gross. Maybe the reason is because I cooked them completely in the sauce as the sauce (as stevehet's review mentions). The recipe called for way too many breadcrumbs and they ended up with a chef boyrdee flavor to them. Sorry, but they were bad.
The only thing I did different was to use lean ground turkey instead of beef and had to add a few more bread crumbs to get it to hold it's shape. <br/><br/>I also made the meatballs about 1/2 the size (personal preference) since I have never been a fan of the big kind. The turkey made them much moister than the beef version and it was lower cal as a bonus.<br/><br/>I cooked them in the sauce mentioned with a few minor changes and whole things was a big hit. <br/><br/>My daughter who does not like meatballs tried one and loved it ( cooked in the sauce mentioned in the article ) and then devoured four more during dinner.
Truly fabulous meatballs!
I used all fresh herbs including some basil (not called for) and also doubled the recipe (serving 6 people with only a few meatballs leftover) - Otherwise this recipe is perfection!
These were great! I made them and cooked them in Jo Mama's World Famous Spaghetti (22782). It was fantastic! thank you for a a great recipe!
Delicious!
Wonerful!!! I won a meatball challenge with my father-in-law with these. We told him these were the best meatballs ever, now all my in-laws agree!
These were terrific. I used Italian Style breadcrumbs because that is all I had and they turned out great.
These meatballs are the best!! I've used them for pasta dishes and for meatball subs. They were a huge hit for both!! So easy and quick to throw together as well.
My meatball recipe is close to this and uses bread instead of breadcrumbs, but most of the rest of the ingredients are the same, except mine are browned in olive oil. I was skeptical about not browning them, but so many people liked them thought I would try them this way with the crumbs. The family didn't like them that much. They liked them when I brown them better. I'm sorry, but they didn't go over that well here. 

This recipe is the BEST!!!! The only thing I changed was I used seasoned bread crumbs flavored with Romano cheese, 1/2 cup mozzarella cheese &amp; 1 tbsp of sweet basil fresh from my garden. Wow so much flavor &amp; deliciousness!!!!
My husband said this was the best meal I have ever made..... say what!!? I would highly recommend these meatballs :)
After a few minor &quot;tweeks&quot;--finely diced garlic clove (rather than powder), Italian bread crumbs, and 2 T grated sweet onion--I dropped these treasures into my special sauce and VOILA--the absolute BEST meatballs I have ever experienced. My husband will gladly verify this claim! Tender, juicy, full of flavor and fool-proof!
These were tender and tasty and I got lots of compliments on them. Everyone told me I should double the batch next time I make them!
I have been looking for a good meatball recipe and hve finally found it!!! These meatballs were melt in your mouth tender and tasted great in the sauce suggested. They were a hit with my family and easy to make! Thanks!
I hate to say this because usually I like the recipes on this site... but these meatballs were definitely nothing special and lacking flavor. It wasnt gross but not worth making again and certainly not authentic Italian.
These meatball are so tender. The trick must be the milk. Excellent kid friendly recipe that we all really enjoyed. Thanks for posting.
My family loved these! and what more can I ask... fast, easy, and delicious. I had 3lb of meat thawed, so I trippled the recipe. The only changes I made was (due to a household shortage) using 1/2 c milk and 1/4 c water and (since my dd's diet is gluten-free) 3/4 c of masa flour instead of breadcrumbs. Turned out beautifully! Thanks for sharing.
These meatballs are awesome! We had with your sauce recipe and we couldn't stop eating it! Thanks for this recipe. We will definately make again sometime!
My family loves them. Perfect flavor and texture. I've made this recipe several times but there are slight differences to the one I have. First of all it's missing 1 teaspoon of Oregano which would explain why one of these comments said it needed Italian seasoning of some kind. In addition the recipe I have calls for 1/4 cup of Parmesan cheese instead of the locatelli cheese. Maybe that cheese gives it a different flavor but the Parmesan I've been using is perfect. so I rated it 5 star with those changes to the recipe above. Also the story I read before on it stated that they got the recipe from from a little Italian lady as stated above but if my memory serves me the story was slightly different and longer.
So good and easy! We baked ours also but other than that we were faithful to the recipe. They were great. My daughter and her friends had them everyday for lunch after soccer camp in reheated spaghetti and then meatball subs. they loved them! Thanks for a great recipe! A keeper.
These meatballs are great and you're absolutely right that they really go well with your authentic italian sauce. I liked that the meatballs aren't rock hard and had a lot of flavor just on their own. I agree with other reviewers that the milk helps the texture a lot! Thanks for posting this recipe!
These were the most flavorful meatballs I've ever had! I didn't put them in sauce, but baked them in the oven at 375 for ~25 minutes turning every few minutes to get them good and crusty. They were delish!
I made these and followed the recipe to the letter and I can say without question that they were awesome and not mushy as some comments suggested. This is now my go to for meatballs !
Just what you needed! Another glowing review! I needed a fairly quick meat sauce recipe to take to a pot luck dinner. Since I knew there would be a lot of kids there, I didn't want to make it very spicy. Coupled with your sauce, these little meatballs were perfect. I followed your recipe exactly and made them fairly small (about 1 1/2 inches). They were a big hit. My pasta was the first one gone! Thanks for posting this this yummy recipe.
Excellent meatballs... I did cook mine in the oven @ 350 for 20 min on a jelly roll pan. ( I dumped almost a full large can of fat) I scooped out my ground beef using a 1/4 measuring cup to make them uniform. Perfecto!
This is a great recipe, I was out of milk so I substituted sour cream in stead of milk made it awesome !
I made this last night....AMAZING I did a low simmer for 3 hours and they came out perfectly!
Like these need another great review!!!! One word.... PERFECT!!!
Great recipe! Just like my Grandmother used to make them in the gravy. Thank you so much!
I have made these several times now and can&#039;t get over how good they are and how easy they are! It might sound strange to drop the meatballs directly into the sauce, but they turn out so tender and delicious I will never brown them first again.
My friend graciously gave me a sample of one of these as it simmered in the awesome sauce. The moment I entered her house the smell of this dish had me salivating like some kind of animal..LOL. I usually bake my meatballs first and while they are not bad, they are not even close to these.....these are succulent...tender, full of flavor...truly awesome, better than any restaurant!!! Thank you, Allie!!! :o)
I have now make these meatballs at least ten times. I think they are the best! Very easy to make and they stay together. with other recipes I've tried in the past that have called for browning the meatballs prior to saut&eacute;ing have turned out over browned and the meatballs have tended to fall apart. Thanks for this great recipe!
This receipe is delicious! It was my first time making meatballs so I followed this recipe except I baked for 20 mins at 400 Degrees. I also added a little cilantro (love the stuff) and a little more salt and pepper than what the recipe calls for. Absolutely great..my husband loved it. I will definitely make again.
These meatballs were terrific and after reading many of these very helpful reviews, I stuck, for the most part, to the recipe. They're actually not mushy. I threw them, raw into the big vat of sauce. A reviewer below suggested you put them in raw and not touch them. I didn't touch them and let them cook for about 2 1/2 hours. None of them fell apart. The other small tweaks I made were (upon a few suggestions below) : I added about 1 teaspoon of Italian seasoning. Also, I used Italian seasoned breadcrumbs, fresh minced garlic, and threw in just a bit of red pepper flakes to give it a tiny kick. I didn't go too far off the recipe and they turned out beautifully. Thanks for posting!
I made these with ground turkey, parm-reg and provolone. They nicely flavored the sauce and vice-versa.
If I use Italian bread crumbs, I leave out the Parmesano. I use fresh, roasted garlic, instead of garlic powder. Remember to use Italian parsley (flat-leaf), not plain parsley. You will be disappointed if you don&#039;t double the recipe! Oh yeah, Mediterranean Oregano, not Mexican. (two different tastes)... I, also, broil them in a broiler pan before putting them in the sauce (turning to crust each side).
Perfect meatball recipe! I tripled the recipe & cooked them overnight in the crockpot (in one recipe of the Authentic Italian Tomato sauce). Not mushy in the least. The only changes I made were to use Italian seasoned breadcrumbs, and 1 lb pork sausage (to 2 lb ground beef). I had to skim off a good bit of grease, but I'll chalk that up to the sausage. I served with angel hair spaghetti, salad, and garlic knots. The meal fed 10 people, with leftovers for a meal for 4.
SENSATIONAL!!! I made these last night with my homemade pasta sauce and my homemade pasta! It was the most unbelievable dish! The meatballs taste like they're from an Italian restaurant. The only thing I did differently was I baked the meatballs at 350 degrees for 30 minutes, using a broiler rack & pan so the fat would drip off of them. I didn't want the fat to get into my homemade sauce. Thank you so much for a DEELISH recipe!!!
I loved the consistancy and flavor of these meatballs. They are softer...not as solid as a lot of meatballs. I only had 3/4 lb of ground beef so I used a little less milk but kept everything else the same. I dropped them in my homemade tomato sauce. Would definitely make again :)
Excellent meatballs, these were super-easy to prepare, I doubled the recipe quite easily so I would have leftovers to freeze. I didn't change a single thing, it's a wonderful recipe made exactly as-is. Reminds me of the authentic Italian food I used to be able to get in South Jersey.
Excellent.
These are very tasty. I didn't have parmesan, so I added extra bread crumbs. I also added a little warshershire(?) sauce. I baked them, and they turned out yummy. Thanks for sharing.
Wow!!! These meatballs were so nice! I wanted to try a new recipe for spaghetti and meatballs and I'm so glad I chose this one. I served it with your sauce recipe #92096 over spaghetti garnished with cheese and parsley. My husband put parmesan on his. Next time (and there will be a next time) I want to try it in my slow cooker. Thank you so much for a lovely recipe :) 28 May 2009 - These also freeze and reheat beautifully!
These were yummy! My go to meatball recipe from today on! I've made two batches already, one with straight ground beef and one with ground pork. Both were delicious!
very good! I did however add 3 cloves of finely chopped garlic, and omitted the garlic powder, added 1 teaspoon of onion powder. Every region of Italy has there own spices to their meatballs. but what counts is the ratio of beadcrumbs and egg, milk to hold the meat together. This was awesome,soft and melt in your mouth . These hold their shape and the simmering in sauce flavors it.
My family and I really like these meatballs. On a weeknight I will doctor up a jar of already made spaghetti sauce and add these meatballs to the slowly simmering sauce. I make the meatballs about the size of golf balls. I cook for about 20 min without stirring then I cook for about another 30 min and they are perfect. I serve with a side salad and some garlic bread made with hamburger buns.
Delicious! I pan fried them, browning on all sides before mixing in the sauce.
I do not use breadcrumbs, it makes a hard meatball. I use old bread broken up and soaked in milk. My aunt squeezes the bread to reduce the amount of milk, I do not. Yes the meatballs are very fragile so I pan sear them slowly in a pan or under the broiler minimizing the amount of turning to prevent them from falling apart. I also use fresh basil and oregano when ever possible.
A fantastic meatball recipe! The key to success is to use fresh grated cheese, herbs and quality ground beef. I used a pound of lean sirloin and 2 links of Italian sausages. I also added 2 tea spoons of pesto to enhance the flavor. I prefer to cook meatballs in the sauce not only because it retains the flavor, but it keeps them moist and tender. You really can't go wrong with this recipe. It serves as a good base for your meatballs. Personalize it by mixing different meats or spices, then call it your own!
Really good! This is what I've been looking for. Simple yet very, very tasty!

I made these meatballs the other night in order to use up some homemade roasted red pepper tomato sauce. I put some olive oil in my hands prior to rolling the meatballs, placed them on a cookie sheet with parchment paper, and baked them in the oven. I did turn them halfway through the cooking process so that they browned evenly. I then blotted them with paper towels after taking them out of the oven. Maybe next time I'll use the broiler pan from my toaster oven so that the fat will drip down into the pan. I put them in the sauce and simmered it for an hour and a half. Served over angel hair pasta, these meatballs are a keeper!
After following some of the other reviewers suggestions; adding Italian seasoning, and broiling 5 min on each side, OMG the BEST meatballs ever!
Yum! These turned out soo good! I had left over evaportaed milk so I used that in place of the milk and I didn't have bread crumbs so I took some saltines and crushed those up instead and used dried parsley instead of fresh. Also I didn't have 3 hours to so I put the meatballs into the oven for 15 mins at 400 degrees and then put them in the sauce for about 30 mins. Hubby said it was the best he's ever had! Thanks for this recipe and I will continue to use this!!
This is why I love this website. Awesome!!! We didn't change a thing except we doubled the recipe & of course we had to try your tomato sauce which will be my next review. My husband is so happy right now, he's been craving a meatball recipe for awhile but I've never had much success. With so many meatball recipes to choose from, I'm thrilled I picked yours. Thank you for posting this recipe.
Garlic powder .repaced with fresh. Plus added Italian herbs. Then browned in frying pan. No milk needed...
These are the only meatballs I will be making from now on. I was skeptical but they came out great. Who knew?! Why make a giant mess only to be disappointed that they don't come out the way you want them to with this recipe. Simple and delicious!!! They were not soggy.
i was also a little aprehensive about the milk, the only change i made was i used 1 cup of parmesan and i added a bunch of chopped garlic instead of the garlic powder. it was excellent. thanks i would have never thought to add milk.
AMAZING!!! I made these a couple of weeks ago... Ended up pan frying them in a cast iron skillet before adding to my 30 min sauce which is also Amazing!&lt;br/&gt;&lt;br/&gt;http://www.foodnetwork.com/recipes/paula-deen/alice-jos-spaghetti-sauce-recipe/index.html&lt;br/&gt;&lt;br/&gt;Make these TODAY!
Came out great, after cooking only in the sauce. Cilantro instead of parsley, otherwise by the book...could meatballs get mushy if rolled too loosely and the breadcrumbs absorb too much liquid?
I'd lost my old polpette recipe, and a quick investigoogle brought me here. I'm ashamed to say I was a bit dubious at first - mainly due to the use of garlic powder rather than fresh, and beef instead of pork and veal mince - but I followed the recipe to the letter, and found it to be as wonderful as most people have declared it to be. For those of us outside the USA, Locatelli is a brand of pecorino cheese, and any good pecorino will do. At a pinch you could substitute parmesan, but it will be more nutty in flavour than the pecorino (which has more tang).
These meatballs are absolutely the best! I'm not usually a fan of meatballs, preferring a meat sauce, but I'm already making another double batch so I have some in the freezer. I did bake them at 400Â°F on a wire rack for about 1/2 hour rather than cook them in sauce because I, like a few others have mentioned, like them browned.
I THOUGHT mine were the best, but I was wrong...yours were the best. My family said they were the best meatballs I had ever made. I ran out of breadcrumbs halfway through and crushed some of my own from some Ritz crackers, but otherwise I followed your recipe to the letter. These are a great, traditional, tender Italian meatball. Thanks for posting!!
Best meatballs I’ve made! I only simmered them for 1.5 hours which was perfect
Great meatballs! My son is very picky about meatballs and he ate quite a few of these. I did bake these for 1/2 hr at 400F just to remove some extra fat. They held together very well. Will definitely make again. Thx.
DeeeLISH!!! I do recommend browning them first in a pan of olive oil, and then put them in your sauce to simmer. If you don't, they will turn out mushy. Absolutely great tasting meatballs! My first too!
These meatballs are terrific!!! I waited the 3 hours with them simmering in your sauce and couldn't wait to try one!!! YUMMY!!! i love them..i never put oregano in my meatballs but i will from now on. Thanks for the 2 great recipes!!!
These are EXCELLENT!!! I have tried several meatball recipes over the past few years and all have fallen short in tenderness and flavor. They are so easy to make and turn out amazing! They would also be excellent for meatball subs or as an appetizer for a party. I will be doubling my batch next time!!!
Made mine with a mixture of ground beef, pork, and veal. Used Panko breadcrumbs, and browned before putting in sauce. These are amazing!
I make this regularly now. It's a yummy simple meatball recipe. I ALWAYS use ground turkey, though...but they taste great. They disappear at parties and are great if you leave them even longer to cook in a crockpot. I always make these with the recipe for Emeril's sausage ragu. They're a hit together!
These are so easy and delicious. I love the way my whole house smells when I cook these in the crockpot. I followed earlier reviewers and browned them very very slightly before putting them in the crockpot with the sauce. I cooked them on low about 3.5 hours and they are AH-MAZING!
SO delicious! I made a triple batch for a birthday dinner party, and they were gone way before all the pasta. Thanks for posting!
Looooooove the meatballs and the sauce!!! This recipe yielded 25 meatballs for me and a ton of delicious sauce to go with pasta! These meatballs did taste a little mushy but the flavor was excellent. Next time, I will take other commenters&#039; advice to broil or brown them first before simmering. Thank you for this awesome recipe!
These aren't the holy grail of meatballs that I've been searching for, but out of the half dozen recipes I've tried they come the closest. I will most likely make them again. I made a few changes. I didn't have fresh parsley so I used 1 tsp of dried. I didn't have locatelli cheese so I used some shredded parmesan from a bag. I also didn't have time to simmer my meatballs so I baked them at 350* for approximately 20 minutes.
Thanks so much for this recipe Allie, I have never made meatballs before and now this will be my one and only meatball recipe! It was such a hit that my mum has said not to share the recipe with anyone else I know! The only thing I did different was double the recipe (I even freezed portions and they were still great!) I also used half lamb and half veal mince (Popular hear in Aussie land!) instead of beef but the rest I followed exactly. Absalutely beautiful recipe, thanks again :)
This was absolutely delicious sauce (recipe #92096 for the sauce). And your meatball recipe to go along with it...made it even better. My husband devoured a meatball sandwich before I could cook the noodles to make spaghetti. LOL. Thank you for the great recipe. I will be making this again.
This is the same proportions I have always used. My husband was Italian and this is how he made them. I use minced garlic so I tried it with garlic powder - just as good. I used to bake them in the oven to get some of the fat out before I put them in the sauce (because some health issues with my husband) but I prefer them cooked iin the sauce. Thank you very much for posting!
This recipe is now my family's favorite meatball recipe! They are absolutely moist, and we can alter them easily for food intolerances in the family or for different dishes! We have followed the recipe exactly, or we have made Greek meatballs using 1/4cp feta in place of the Parmesan, and 2tsp each majoram and rosemary in place of the parsley! I am about to try it for crockpot meatballs with different types of sauces, but this has been better than any meatball recipe we've tried....and we've tried several!
These were ok, I kinda expected more with all the ratings. My family and I thought they were kind of bland. If I was going to try the recipe agian I would definantly double maybe triple the spices. The cooking meathod was awesome and don't be afraid to put the raw meatballs in the sauce and simmer(I had seen some concerns by other reviwers), it's the best way to cook them. I wish I could have given more stars b/c I don't like giving low ratings. Thanks for posting!!
So tender and great flavors. I did use half beef and half pork and sauteed for a couple min. on both sides then put into my sauce. Served with homemade ravioli, french bread and Maggiano's salad.
Great meatballs!! Even better the next day. I served on speghetti the first day, meatball subs the next. Thanks for sharing this incrediable recipe!!
Perfect, tender, tasty meatballs.
I've been looking for meatballs with some flavor and thses are them. They were so easy to make and they turned out wonderful!! This will definately be my meatball recipe from now on! Thanks!!
Holy meatballs! This recipe is GREAT! The recipe is simple, and the preparation is really easy, so I didn't think it was going to be *this* good ... but the meatballs were perfect in texture, very flavorful, and went just right with the recommended sauce.
Absolutely delicious, do not change a thing from the original recipe, both meatballs and sauce. Mine were not mushy and meatballs kept their shape perfectly. Wonderful dish just keep to the recipe.
Made your meatball and sauce recipe for my wife and a couple friends as this was my first time making spaghetti. It was excellent! I followed the recipe to the T even though some had suggested to sear the meatballs first. No issues with fragility. They came out perfectly!
This recipe was great! My whole family loved them including my 11 year old who doesn&#039;t like anything. He just keep going for more. I did not cook them in sauce first. I browned them in a pan and then baked them covered for 35 minutes and 10 minutes uncovered. I then placed the meatballs in sauce for a few minutes and served. They came out perfect!! Please note I used seasoned breadcrumbs.
My mother makes the same kind of meatball but frys them in a skillet or in bakes in a oven at 350' i agree, you should oven or fry them. before putting in sauce.makes meatballs also different .excample different kind of meats, more seasoning, garlic chopped different cheeses, &amp; so on !!!!
Great meatballs...they are awesome ( no tweaking of the recipe is needed!!!)
Really good meatballs, I doubled the recipe too, but should not have doubled the milk. Too soft.I had to brown them first to get some firmness to them. Also, I used Romano cheese as I didn't have the locatelli. Delish!
The ingredients were similar to what I've always made, but I usually bake the meatballs and plop them into the sauce. I thought I would give this method a try. Wow, I had no idea what a difference the long simmering in the sauce would make. I followed the recipe exactly, and they could only be described as simply luscious! This is the only recipe I will use from now on. Thanks!
I prepared this recipe in my own fashion. It was easy and made plenty for the household. I would use it again.
Too greasy ( used ground round) Meat TOO tender. Balls too bland. First attempt. Will use review recommendations and a few ideas of my own. I know I will find the perfect meatball, but it isn't this one
wow, here in england its hard to find a restaurant that serve good meatballs but now i can make my own. Thank you they r delicious x
Can the meatballs be frozen
Absolutely delicious!! I did broil them before simmering and the results were phenomenal. These were the best meatballs I have had short of Sicily.
Tasty, tender and full of flavor.
After my husband and I lost a significant amount of weight recently, I have been seeking ways to make my typical meatballs more diet-friendly. I tweaked my mother's recipe and baked them rather than frying them. They came out good a few times but the last time, they were terrible. I decided to go on an internet search for a recipe that I could follow with precise measurements. I made these last Friday night. I was very careful to measure everything exactly -- I even weighed the meat on my digital scale. The only changes I made were: 1) I used one clove of fresh garlic, crushed, and 2) I used Italian Seasoned Breadcrumbs. I simmered them in the sauce (my regular recipe) for the full 3 hours. They came out delicious! They were not at all mushy -- they were firm on the outside but juicy &amp; tender on the inside. I waited to review this because I froze two of the meatballs and last night I defrosted them to see if they would hold up in the freezer. I am happy to say they did! When I make these again, I will also add one teaspoon of dried oregano because I think that will really enhance the flavor. NOTE: I rolled them into golf sized meatballs but I got 22. This recipe says it will yield 10 meatballs so I am confused as to what the nutritional value is.
These are, without a doubt, the BEST meatballs I've ever made. My mother-in-law was Italian and I could never even come close to her meatballs. This recipe tops hers! YUM!
My family is Italian-American. My parents always baked meatballs before adding them to sauce. I decided to try this recipe in two ways: (1) Exactly as written where the raw meatballs go right in the sauce and (2) Baking them. I loved the first way! Without cooking them in the sauce, the ingredients need some adjustment. That's not surprising, since the recipe is designed for cooking in sauce. ;) If I bake this again, I'd add more seasoning. I think I've been converted to cooking in the sauce though. Really good. The baked ones taste like meatloaf to me now in comparison.
These meatballs have good flavor, nothing was over powering. As for spice I add that to the sauce. I did brown the meatballs in a good frying pan first. To me home made meatballs are better then store bought and everyone has their own preferences and personal tastes, and there for bath mouthing a recipe is unfair and un called for.
Excellent and so easy! I doubled the recipe but for the second half i used ground italian sausage (hot or sweet, or both)This added so much flavor to the entire recipe. My husband says they were the best meatballs he ever tasted!!! I also baked them on a cookie sheet at 400 degrees for 20 minutes before submerging them into sauce to simmer.
I've tried to perfect meatballs for years but to no avail. Follow this recipe and you'll be pleased. This will be my meatball recipe for years to come.
super easy and delicious. i am not a huge ground beef fan but will have it if it is organic and good quality. used all organic ingredients, and not having to fry them saved sooooo much time and effort. these were the first meatballs i ever made that the consistency and texture came out just right; not dry but not mushy either. didnt have the ingredients to go with this chef's sauce so i had to throw them in with a pot of jarred sauce but the meatballs made the jarred sauce take on a very authentic taste so i will definitly use this again. thanks so much for sharing.
These are great meatballs! I doubled the recipe, and used half ground pork/half ground chuck. I also used panko for the breadcrumbs. Not mushy at all. Cooked for the full 3 hours in my homemade sauce, similar to yours, shown below:&lt;br/&gt;&lt;br/&gt;28 oz crushed tomatoes w basil&lt;br/&gt;28 oz crushed tomatoes&lt;br/&gt;29 oz tomato sauce&lt;br/&gt;12 oz tomato paste&lt;br/&gt;1 onion sauteed w/3 garlic cloves&lt;br/&gt;1 tsp italian seasoning&lt;br/&gt;1/2 tsp:&lt;br/&gt;parsley&lt;br/&gt;onion powder&lt;br/&gt;basil&lt;br/&gt;garlic powder&lt;br/&gt;rosemary&lt;br/&gt;garlic salt&lt;br/&gt;sage&lt;br/&gt;sea salt&lt;br/&gt;pepper&lt;br/&gt;chopped garlic&lt;br/&gt;1/2c parmesan cheese&lt;br/&gt; &lt;br/&gt;After cooked, add 1lb cooked ground italian sausage to sauce. This is MUCH better the second and all subsequent days for some reason.
Excellent! I use these to toss in spaghetti sauce and my kids go crazy for them! Thanks. :)
I usually never go back and put my review on a recipe, but i had to with this one! I read the previous reviews and a few said they turned out mushy. So I was a bit scared that they would turn out that way. I wasn't sure if it asked for dry breadcrumbs or fresh so I decided to make my own with some slices of bread (toasted) and a blender. Also I didn't have and oregano or parsley at home so I used a McCormick "Italian Seasoning" and added crushed red pepper flakes. I put them in the crockpot raw like the recipe said. They were delicious not mushy at all! I loved them, it was a great first time making meatballs! lol
I've never made meatballs prior to this recipe. I found it to be perfect. Texture, flavor, quantity and easy to prepare. I had them with sauce over pasta and used the leftovers for amazing subs. Definitely will be making them again!
Made these today and they were PERFECT and AMAZING!! I cooked them exactly like the recipe said. It was easy and they were yummy! I did add some Cavenders Greek seasoning since I add that to everything I cook. It was great!!!
I tripled this recipe (triple makes approximately 85 meatballs) for a football party I had on Saturday. Added them directly into a crock pot full of steaming hot spaghettie sauce and cooked for about 3 hours. By the time I had time to get myself a plate I only got one meatball. Everyone absolutely loved these, as a matter of fact, it was the first dish to be completely gone and trust me I had a lot of food here. I followed recipe to a tee. Thanks so much for sharing this great recipe.
This was a great recipe!!!! I was a little afraid of how it would turn out or that it would take much longer to cook being that they weren&#039;t browned first. I am so glad I followed the recipe to the letter. These were melt in your mouth meatballs. I will never cook them any other way again. When you brown them first as I have done in the past they become tough and too crunchy in my opinion. The only thing I may do differently is use Italian bread crumbs vs the plain but other wise spot on!

I may even try the recommended spaghetti sauce to go along with it. Everyone more than liked it, except my picky 4 year old, but she doesn&#039;t like ground beef anyway.......and that&#039;s fine, extra meatballs for the rest of us. :)
These are perfect. Threw out my old recipe and this is only one I will use now. Did not have fresh parsley so subbed 1 tsp. dried. Had pasta sauce in freezer already, so just baked these in 350 F. oven for 20 - 25 minutes and then froze them in baggies in batches of 8. Perfect size fot a meal for my wife and I. Thanks very much.
Delicious. I cooked them in sauce in my instantpot pressure cooker for 5 minutes. Turned out perfectly.
Yum! These are great. I substituted oats for the breadcrumbs since I had not crumbs on hand. They were very good!
I have been using this recipe for my family for about a month now....and my husband said my grand moms meatballs were always the best..... but this..... now this is the best meatballs I've ever had!!! I was so happy, thank you for this recipe, I'll never use another!!!
This has been my go to recipe for years! I do have a few changes, but not many. I use seasoned bread crumbs and always pan fry them to have a crisp outer sear. Then I place them in the simmering sauce for 3 hours. They always come out perfect. When I simmered raw meatballs as the recipe indicates, they just seemed so so. Love the seared meatball, seasoned bread crumb addition. Always a crowd favorite.
"Simmer for 3 hours." ... lol.
Instead of 1 teaspoon Oregano I used (1/2 t. Italian Seasoning & 1/2 t. Oregano) rolled them gulf ball sized and then baked them at 350 * on a cookie sheet for 1 hour. They came out perfect and are tender and delicious! The flavor is just right, not to strong or weak. I feel these meat balls could be added to any type of (brown or red) sauce and tase good.
The small changes I made were adding a minced onion, using fresh oregano, and substituting several cloves of fresh garlic instead of garlic salt. I also sauteed them for a bit to get rid of some fat, before simmering in sauce. Made my spaghetti sing!
Loved this recipe, it was moist and very tasty! I will now keep this as one of "our favorite" recipes. I used my own sauce and cooked it for 3 hours and it was'nt overcooked, just moist and delicious.
MMMM!These were mazing, the hubby was eating only the meatballs and not the pasta! I used a little less milk, and I browned them with a bit of olive oil for maybe 5 minutes, just till they were a bit brown on the outside, but still pink.I dropped them in sauce and simmered for 3.5-4 hours.
I used ground venison, added 2 tsp Cumin powder, 1 tsp oregano, 1/2 tsp ground sage. Garden style Ragu. It was Awesome!
I've made these two ways - exactly as written and also by adding a tablespoon of chopped fresh basil. Both were delicious, just different. I brought them to a school function and when they were all gone people kept asking, &quot;Are there anymore meatballs hidden somewhere?&quot; You do have to heat the sauce BEFORE you add the meatballs. I heat mine to boiling and then lower it to simmer before I add them. The meatballs are soft but they maintain their shape. I also recommend not stirring the sauce for a least 45 minutes after adding the meatballs.
I can't believe I haven't rated this recipe yet. I've been using it for years and since finding it here, it's the only Italian meatball recipe I use. Every time I've made them, people comment on how delicious they are. Seriously people, make this recipe. You'll love it.
Wow, I made these with the sauce recipe in the description. Perfection! The meatballs, which were mixed and rolled with the help of my 7 year old son (he had a ball) came out perfectly, flavourful and tender. I followed the recipe to a tee and served them with spaghetti. I don't know why some commenters are so worried about broiling or cooking the meatballs first. You don't need to, it's just a waste of valuable time. Mine stayed together just fine. The trick, I think is to make the meatballs first and let them sit for a bit while you start the sauce so the breadcrumbs can absorb the egg and juices which in my opinion helps bind them together. Also, just gently drop each ball into the sauce and don't stir for a while until they are cooked. The raw meatballs, as I read in another comment are also supposed to help flavour the sauce as they cook. I can certainly agree with that. I am keeping this recipe to make again and I will continue to make it as written. This is one of those very rare meals that pleases everyone in my fussy family.
I am so glad I found this recipe. I cooked them in the sauce and they did not come out mushy.
These were delicious. Had only half the parm. i needed so added romano also. Grilled them. Tastes great!
This recipe was amazing! Some helpful hints to really make them tasty, 1. Use italian flavored bread crumbs. 2. Put them on a foil lined pan, sprinkle with Italian seasoning, broil for 5 min. Turn over, sprinkle italian seasoning, broil for another 5 min. 3. Then simmer in sauce for the 3 hours. My guest loved these so much!
Oh man are these meatballs awesome! Even my very picky son loved them! I even made the sauce, which I must say was awesome as well. I couldn&#039;t keep my son from stealing more meatballs directly out of the pot! And when it finally came time to eat, he ate more. Where do these teenage boys put all that food. He was so disappointed when I had to cut him off! I am very finicky and have not liked any meatballs, until last Saturday night. That&#039;s why I started searching for the best meatball recipes on the web. So glad I chose to make these first! I will continue making both the sauce and meatballs from now on! Thank you so much for posting it.
I made these tonight and they were wonderful! I&#039;ve tried other recipes and these were the most tender and flavorful of them all. I doubled the recipe using 1 lb of each, 85/15 and 90/10 ground beef. I did add 1tsp. italian seasoning with the 1tsp. oregano and used fresh garlic. This is my new go to recipe...Thank you!
I made these with gorund turkey and they turned out sensational!!! I pan fried them (for the browned look) before cooking them (for a therefore shorted period off time) and they turned out so yummy! Thank you so much for this recipe! The only change I would make is to put less oregano- maybe 1/2 tsp- it could be because ground turkey isnt as strong a meat as beef- but they were just great!!!
I tried it and these are great! Made as directed. Fabulous. Thanks for posting!
Two tiny changes, used Italian flavored breadcrumbs and no parsley they did not get mushy. We loved them.
This is the first meatball recipe I've ever tried. It was delicious even though I half-fast it. I was short on time so instead of simmering for 3 hours, I boiled the meatballs in water for about 20 minutes, then I switched them into the simmering sauce for about ten minutes. They were phenomenal. They probably would have been 10000x better if I'd done it the correct way, but here's a shortcut way of doing it if you're short on time. <br/><br/>Thank you for a great recipe!
My son is a meatball fanatic. He has his favorite restaurants that we always have to buy meatballs to take home. I have never been able to make them better as homemade. This is the first recipe where I am proud to say my son says they are fantastic!!! I make a couple changes. 1- I add a handful of shredded mozzarella cheese to each two pounds of meat and...2- I bake the meatballs off in the oven to drain off excess fat before I put them in my sauce. Thanks for the great recipe "In Memory of Brats"!!!
Your meatballs were good, however 2 things, when you mix instead of just beef make and equal amout of ground pork, beef and veal. Also brown them all over in a small amount of olive oil. I got my recipe from a little old italian lady too, my grandmother!!
Why are so many recipes on various sites written with incomplete info? I gave one star for the directions, as I cannot make it yet without the complete directions. I do want to try it, as I have a number of &quot;the best meatballs ever&quot; recipes. Here it would be helpful to suggest the % of fat in the ground beef. Is this 80%, 85%, 90% beef, etc.? Is this whole milk or skim milk? I take it these are regular breadcrumbs, not Italian style? And finally, what is grated &quot;locatelli cheese&quot;? I've never seen this in our supermarkets. What could be a substitute?
This was an amazing recipe! I always try to make copy cat dishes from my fav restaraunts and this was dead on. I took the advise from one of the previous comments and put them under the broiler for 5 minutes on each side and I definitley think that helped them not to get so mushy. I also simmered them for about 2 hours and they were excellent (everyone was hungry and complaining and couldn't wait any longer). However, I believe if I would've kept them simmering for the full three hours, they would of been out of this world. Thanks for the excellent recipe!
I made this recipe a few days ago and these are the best meatballs ever! I made a big batch using a combination of ground beef and pork (3.5 lbs total 85-90% lean) , 4 hamburger buns crumbled up and soaked in 1 cup or so of milk, 4 medium sized eggs, I used fresh basil in lieu of the oregano and parsley, a little more salt than the recipe calls for and I did not use the pepper (Cook a mini meatball in a pan or microwave to test before putting them in the pot to make sure they are seasoned to your liking). I did cook them for the full 3hrs as listed but they really didnt need to be cooked that long. I tested after an hour and they were just fine. They did not fall apart and were tender and delicious. This was the first time I&#039;d cooked meatballs just by dropping them in the sauce raw and I will never go back to the old way again. These were awesome! My fiance asked for them again tonight :)
Wonderful recipe - I added about 1 teaspoon onion powder & left out the parsley, finally found my meatball mainstay - thanks so much! Was in a hurry & used tomato sauce (28 oz) with small can of tomato paste for sauce, with a sprinkle of Italian seasoning. Worked out fine.
Turned out great for me! Used this recipe to make the best meatball sandwich I ever had.
1. Unless you add at least 1/4 lb (minimum) of pork, to each lb of ground beef... it's not authentic Italian. Trust me... my mom is Italian and my dad was Irish and my mom has been cooking her heart out for me the last 44 years (just turned 92 this year and I swear she is going to out live me, cause she is as healthy as an ox). 2. Have to use Italian Breadcrumbs 3. I agree with another user who talked about broiling, though personally I brown them on the stove top or sometimes will put into the oven at around 400 degrees and turn them when I see them browning and then place in the sauce to simmer.
I found these meatballs to be very bland. My family enjoyed eating them, and they cooked up nicely, they just weren&#039;t that special.
Thank you ~In*Memory*of*Brats~ for posting this recipe. I am not a fan of meatballs, however, my DH loves them so I make them for him. I always try one when I make a new recipe and, until I made and tried these, had yet to find any I'd eat. These are delicious - I made them exactly as you posted them, only I froze nine of them and cooked the other six in the sauce per your instructions. I am hoping the ones I froze taste just as good as the ones cooked fresh. I will look forward to having a meatball sandwich with my DH in the next couple of weeks :D
These were excellent. I made the meatballs exactly as instructed, though I doubled the recipe (some went to mother-in-law, about 1/3 was frozen for use during the week). So simple to make and the flavor and texture are perfect. I cooked them in your sauce recipe and served over spaghetti. A great Sunday meal that will be repeated many times, I'm sure. Thanks for sharing, Allie.
The classic, tasty Italian masterpiece - I can also make this with ground beef and serve as an appetizer for spaghetti or curry.
I also browned the meatballs in a frying pan before adding to the sauce. I would suggest adding a packet of sweeter and a 1/2 tsp of cayenne pepper to any red sauce you choose for the dish.
I followed the recipe exactly except for using dried parsley. Delicious tasting meatballs. Everyone enjoyed them, thanks for sharing.
Another great one posted by In*Memory*of* Brats!. My youngest DS requested Spaghetti 'n Meatballs for his Birthday supper, and since he is so special to us, had to make sure his supper was as special. We were not dissapointed. The meatballs were softer than what we are used to, but of course to be expected due to cooking method. This were great, my Hub and Boys could not stop raving about them!
Thanks SO Much!
Excellent, kids loved them! I added a bit of ground cayenne pepper, but otherwise, very quick to put together &amp; will be a repeat. Served with angel hair pasta &amp; garlic cheese bread. Thanks for sharing.
Awesome. Just whst I was lookin for. I baked them first for sbout 15 min. because I needed dinner to be ready quicker and my honey thought they were the best.
Thanks for the recipe IN MEMORY!!
I think this recipe is perfect as is. I used everything exactly as written ( only things I changed making it half ground beef and half ground pork, Italian bread crumbs) but decided to try doing half of the meatballs broiling in the oven for 5 minutes and the other half just dropping into the sauce raw. There is no comparison that the meatballs when added to the sauce raw turned MUCH better! Don't cook them before hand!!! They do NOT turn out mushy! Dont quite know what those people were doing!Lesson to be learned for me, don't mess a with an origanal recipe until you've tried it first. Thankfully I have 8 more meatballs left over. Will be making them again in a couple days for the fam. Really delicious!!!
Made these with the accompanied sauce and took to a pot luck. These were a HIT!!! "Oh yeah, I mastered old county Italian cooking too!" Wink Wink ; ) These are going in the cooking book I am making for my daughter. Thanks!
I agree with stevehet, these are a bit bland. I am hoping that as they cook for an hour or so in the sauce, that they will pick up some more flavor.
These turned out so delicious. I didn&#039;t have fresh parsley on hand so I had to use dried parsley. I also followed the advice of stevehet and put the meatballs under the broiler for a few minutes before I put them in the sauce. Excellent meatballs. I will use this recipe from now on.
Recipe is amazing. I won't toss out my old meatball recipe in case I need meatballs @ a faster rate (I cook mine in the oven), but this will hopefully become my go to! I read a few reviews to help me out. I cut the recipe in half &amp; used 1/2 lean ground turkey &amp; 1/2 chicken Italian sausage. I needed 1/2 cup whole wheat bread crumbs to hold them together. I added Italian seasoning &amp; oregano, and used dried parsely. Recipe made about 14 meatballs, using a cookie scoop I used my own sauce recipe. I seared the meatballs in olive oil, and waited till the sauce was warm (or warm enough!) before dropping the meatballs in! I also tried not to stir for a good 1/2 hour to let the meatballs cook. Amazingly, my sauce was extra tasty as well as the meatballs being very tender &amp; juicy. Thanks so much for sharing!
I just started cooking at age 50 these were my first attempt at making meatballs and they were the best I ever ate...AWSOME!
These are AWESOPME ~ I baked them at 325 for about 20 minutes and then put in some sauce for about 30 minutes and I must say they are the BEST meatballs ever~ I didn't have any garlic powder and used crushed garlic instead. I will make sure to never lose this recipe. ***** 5 *****
Simply the best. I have made these meatballs many times and every one is just shocked at the ease of the recipe. Use her sauce, OMG it really is authentic.&lt;br/&gt;&lt;br/&gt;I used my dutch oven and put it together in the morning and the house smelled SO GOOD.
Italian meatballs, Jersey style,, Two lbs chuck meat, (90%) 1 medium onion minced, 2 eggs, 1 TB garlic (juiced), 1/2 cup minced parsley, 12inches of hard stale banquet (stick of French Bread) 1 TB sea salt, ! TB ground black pepper, Start by soaking the stale banquet in warm water (two qt pot break up in several pieces) add meat to a lg bowl (6 qt) add eggs, onion, garlic, parsley, salt &amp; pepper everything except the bread, mix by hand until all ingredients are combined an set aside, drain water from pot that the stale bread is in, with cupped hands scoop a hand full of soaked bread an squeeze with cupped hands until water is not dripping from hands, when all the bread is drained of water, break up with fingers until all the bread is consistency of wet bread crumbs, now add to meat an with hands combine until evenly mixed, now form the meat balls with cupped hands an set aside 1/4 lb ea, in large fry pan 12 or larger pour 1 cup of EVO an heat on med high until you see small bubbles forming , raise heat to high an add meatballs from the middle out forming a circular pattern, make sure all are touching, do not cover, foaming EVO should almost cover the meatballs, after 2 or 3 minutes on high lower to med high, inspect meatballs an when med dark brown turn each meatball with two forks an repeat cooking process, when meatballs are done they will have a rich brown crust all over, remove from fry pan an ina large flat pan put several paper towels an place the cooked meatballs inside to drain for minute or so, then in a bowl big enough to hold all the meatballs line with paper towels an place meatballs inside an cover with a suitable cloth, until ready to serve or add to sauce .
I love this recipe, I have made these a few times and my family loves them. Its a keeper in my house
I made these with the marinara recipe and they turned out fabulous! I used 1lb of Italian sausage and 1/2 lb ground beef and added crushed red pepper to the meat mixture to add some spice. On the advice of other reviews I broiled about half of the meatballs and the rest I formed and dropped directly into the sauce. The meatballs that I cooked directly in the sauce had a good texture and were not mushy at all. Next time I&#039;ll cook all of them in the sauce instead of broiling. Overall a great recipe and will definitely be making these again!
I followed the recipe except using dried parsley instead of the fresh one. May be that's what distinguishes the good from the outstanding.
It cracks me up when reviewers don&#039;t follow a recipe and then write a review on it. If you&#039;ve altered the recipe, then you cannot possibly post a reliable review....duh !&lt;br/&gt;That said....follow this to the letter....it&#039;s excellent !
N.I registered on the site just to rate these meatballs!! They are fabulous and very easy to make. I didn't try the sauce. My husband likes to make his
Excellent! I followed the suggestion to add a little Italian Spice and prebroil for 5 minutes before putting them in the sauce...got rave reviews! Texture was perfect. I'm throwing out my old recipe and replacing it with this one, YUM
I love Italian food. These meatballs are amazing! I made them for my my daughter and our grandkids. It was the most memorable meal of my visit. Thank you!
These are fantastic - I used half pork/half beef and baked them in the oven, them came out perfectly.
Hey there - while on vacation in AK, I improvised on your recipe a bit and added fresh basil instead of oregano; fresh garlic instead of garlic powder. Broiled slightly before putting into sauce. Made meatball sandwiches - big hit! Thanks for a great recipe.
Made them like the recipe with a few minor adustments: added a pound of Jimmy Dean Italian bulk sausage, made the meatballs a little bigger ( 1/3 cup each), and pan browned them in a little olive oil before dumping them in the sauces. They came out great and everybody really enjoyed them. Used the referenced sauce which also turned out great.
Good meatballs. I think next time I would add more salt and fresh garlic. I baked mine in a 400 degree oven for about 30 minutes.
My family LOVED these! I didn't have hours and I didn't have the right cheese or fresh parsley. Here is what I changed: 1)Added a splash of heavy cream as part of the milk. 2)Used fresh shredded Parmensan as the cheese replacement. 3)Dried parsley flakes instead of fresh 4) added 1 tsp italian seasoning 5)made 1.4 oz size meatballs, broiled 4 minutes, turned and broiled 4 more. Turned oven to 400 and baked for about 8 more minutes.
I made these last night and they were the best meatballs I have ever made. I baked them @ 425 deg for 25 minutes instead of in the sauce. I like you freeze them and pull them out as I need them. I gave it 5 stars because of the flavor itself. 1 lb made approximately 15 meatballs for me. This is a recipe I will put in my book!
These were so good! I had to search for this recipe again to make the same ones.
Excellent and love the sauce, too!
i am making these right now, using ground elk, also browning in oven first. i flattened the meatballs because i will be using them for hot meatball hogies. will add my stars later
I made this with your sauce recipe. Cooking the meatballs in it instead of frying makes the recipe healthier and tastier even. Followed the procedure as is without the cheese. Yummy! Thanks!
Being Australian have to compete with Italian mother-in-law and apparently husband and kids think I won hands-down. Thanks
I make almost the identical recipe but no milk. I use chopped garlic and never put in the sauce directly. I bake them in a high oven first...then they get brown and then in the sauce.
Was not sure if I should really give it five stars because I did not follow it to a "t" but modified it a bit. After some thought I think it should be 5 stars because I followed the recipe as a starting point and just changed a few things so I still think it deserves the 5 star review. <br/><br/>Some have said it's mushy but I don't think so. It's fork tender is what it is. I have made meatballs in the oven many a times but the meatballs tend to be not so tender or moist when done in the oven so following this recipe by placing in the sauce for hours is a better way to go. It leaves the meatballs nice and moist and tender, not dried out as in the oven. Now what I might do next time is brown in some oil for a couple of minutes on each side then place in the sauce for a couple of hours. I think if you brown all sides of the meatballs you'll seal off the meatballs from having the sauce flavor from penetrating them and will get less flavor so maybe just brown on one side and flip over and brown on another but not on all four sides. Just enough to brown and put in sauce. If you don't brown all sides then the unbrowned sides will have a chance to absorb the sauce flavor. If you brown every inch you'll not be able to allow the meatballs to absorb the sauce flavor and also might not be as tender inside anyway. <br/><br/>What I did different is I used 50/50 ground beef and pork. Used two cloves of garlic I crushed instead of powder. I added 1/4 tsp of basil. I did not have prepackaged bread crumbs but had some hard french loaf left so I put that in the food processor and ran the unit but they did not come out like crumbs you buy in the store but came out like a powder which works well. Next time I make these I will use fresh basil and cut the Parmesan cheese to about 1/8 cup rather than 1/4 as it calls for and see what happens. I also cooked in sauce for 2 hours not 3 hours. <br/><br/>Overall it is a great recipe and with my mods to the recipe I think it was great. I am sure in stock form the recipe is also awesome.
Great recipe...have always used milk...cooked up a 3-batch recipe and can't keep my husband away from the cooked ones...great recipe...THANKS!!!!!!!
These meatballs are truly the VERY BEST!!!! I find it so very tragic that people change it, then give it a rating based on the changes THEY MAKE! :( After searching almost 40 years for a great meatball recipe- I finally came across this. I was skeptical at first because most recipes call for baking the meatballs before adding them to the sauce, but I had tried every other way, so why not? I'm so glad I did! Follow the recipe exactly before making any changes. They don't turn out mushy, but delectable. The flavor goes into the sauce and the round beauties keep their shape. I searched for the right recipe for my husband who loves meatballs, but have to admit I'm now their biggest fan. THANK YOU SO MUCH FOR THE RECIPE.
I have tried many different meatball recipes. They often are pretty similar. I felt this one was a bit basic and bland. I will use some aspects of it in the future but definitely add a bit more spice!!
Excellent meatballs <3 Love your sauce, too!
I&#039;ve made dozens of meatball recipes and so far this one was the only one to have them cooked in the sauce. The people saying that they&#039;re too mushy, I think you did something wrong. Mine were very tender but not mushy. The recipe is perfect. There isn&#039;t much flavor to them so add extra seasoning if you like. This recipe is the best meatball recipe I&#039;ve found. Thank you for sharing it!
Wow!! Even my husband said "wow"! I took some other reviewers' advice and also cooked these in the oven first to remove some of the fat and then slow simmered them on the stove. The kids ate them over pasta; my husband and I made meatball subs by toasting my Avanti Rolls (#254163) and then broiling the sandwiches with some cheese on top. Wow!!! Luckily I had tripled this recipe so I have plenty more in the freezer.
This recipe was just fantastic! I made them with your tomato sauce which was also wonderful.

I want to make a huge batch of the meatballs and sauce to freeze. I'm wondering how to adjust the ingredients?
Apparently, these were fantastic. I wouldn't know, because they were devoured by a hoard of Marines before I got to have any. I'll be sure to make them again, as that was obviously a good sign. :)
Made lower carb version by swapping breadcrumbs for almond meal. You know it's good when even our usually quite fussy children are helping test when combined with the sauce.
These were great and my 4 y/o had a blast helping me make them. Of course, I put them in your sauce and we all loved the combo. Great recipe - thanks for posting!
This recipe is awesome! The meatballs are sooo tasty and loaded with flavor. After I followed the recipe I browned the meatballs on the stove in a skillet (didn't cook them all the way throuh), stuck them in the crockpot to finish cooking them all the way through, poured prego traditional spaghetti sauce over them and simmered them for 4 hours. The flavors in the meatballs really made the sauce flavorable. Kudos!
This is the second time I have made meatballs...the first time was a recipe I just tried to throw together and it was a complete disaster...This time on the other hand..a complete success!! Tasty Tasty meatballs!! They took no time at all to make...The only thing I did differently is to add one more egg. I simmered for 2 1/4 hours and they came out absolutely perfect. I was so proud of myself for finally making some edible, delicious home made meatballs...Thanks so much for a Yummy and easy recipe!!
Seen review that said they were mushy and not so flavorful.. What I did... (doubled) 3 eggs only Italian Bread Crumbs (instead of plain) 1/4-1/2 cup small diced onions 3/4 Parmesan cheese (I didn't have enough) Omit parsley 400 degree oven 18-22 min If you want them browned you will need to turn them 1/2 way through. They do get a little dark on the bottom if you don't. Open face hot dog bun. Place 4 meatballs on top of each piece. Then top with a piece of mozzarella cheese on each meatball. Top with hot spaghetti sauce. Very nummy!
I agree with Dagle's review - this recipe's good, but a little bland. You definitely need to increase the seasoning - then this recipe's a winner!
Fantastic meatballs. I have tried other recipes none of them come close!
I don’t hshally write reviews, but I had to for this recipe! It’s my go to, I’ve made it many times and the meatballs were always amazing. So soft and flavourful. I didn’t even know I could cook so well. ;) Thank you for sharing this method.
These are soo good! I made them exactly as written and even my husband who usually won't eat meatballs due to heartburn not only loved them, but no heartburn. 5 stars!
I used a mixture of beef, pork and veal (instead of solely using ground beef) and cooked them in the coordinating sauce recipe (#92096). Everything came out to be quite tasty! I will definitely make this again.
I made these up as written, and we really enjoyed them! Just dropped them into the sauce and let them simmer for 3 hours. My guests really enjoyed them! Thanks for the posting
These meatballs are awesome! They're exactly what I've been looking for (because my meatballs are terrible!). The ingredients and measurements of each are perfect. I had to use dried parsley, table-style pepper, and Romano cheese because I didn't have exactly what the recipe called for, and the meatballs were still great. My husband ate a bunch of them, so that's how I know for sure that they were good. Normally I would put them in the sauce raw to cook them, but I already made a sauce last night, so I baked these ones at 400 for 20 minutes. Fabulous! I can't wait to cook them in a sauce next time. Thanks for a perfect recipe! This is the only one I'll ever use for meatballs!
Of course it is. Why wouldn't it be? Just curios about the question itself. Remember, you kill harmful bacteria by heating it. Bacteria that is harmful to you can be killed INSTANTLY at 165 degrees; however that same bacteria can be killed at even less temperatures (as low as 130 degrees). The only difference being time. If cooked in a sauce, for 3 hours, even if that sauce is only 130 to 140 degrees...you will have an entirely safe meatball. The sauce is HOT, even if simmering. I'd be more concerned with the excess fat without draining all of that 80% to 85% ground beef.
Loved these. I didn't have time to let these simmer so I baked them. I also used Grated Parm instead. They were great!!
I have tried more recipes than I can remember. None were any good. Finally found this after 30 years. Used seasoned bread crumbs, fresh garlic minced and microwaved them for 4 mins before adding to crock pot for three hours. Saw the microwave trick on Rachel Ray. Removes ALOT of fat before it even enters your dish. Makes no difference in texture and is a lot faster than baking or frying. We had them last night, today my 17 y.o. Son asked when we were going to have them again! He eat the few leftover for a midnight snack !
I usually don't eat meatballs with my spaghetti but since I made them for everyone else I tried one and they were pretty good. My whole family liked them. 

Thanks In*Memory* of Brats.

Bullwinkle.
Why does the recipe use garlic powder?! Fresh garlic is much better and is easily available. If fresh garlic and oregano are substituted for the powered and dried varieties this recipe is pretty good.
Wonderful! This is the recipe that I have always made....Almost identical to mine. My only difference is the I cook the meatballs in Chicken broth before putting them in the sauce. Always use fresh garlic too. Get asked for the recipe all the time.
This is the &quot;authentic Italian&quot; meatball I was looking for, the kind I eat at an Italian restaurant. I was a chef in the New Orleans area for 10 years. I've always browned off the meatballs before putting them in the sauce, but dropping them straight in the sauce, to me, is so much better! So juicy and full of flavor. If one thinks about it, when meat cooks, it contracts and firms up, so precooking them may block some of the sauce from entering the meatballs. By dropping them in raw, the meat seems to pull in the sauce as they cook, absorbing the sauce. The flavor of the meatballs releases in the sauce. A marriage of flavors. The texture is superb, a great ratio of ingredients. It makes an unbelievable gravy! Like some others mentioned, drop them in the sauce and let them cook a little before you stir them so they don't fall apart. I used parmesan cheese and fresh garlic, and used a beef and pork mix sold at the store. Awesomeness!
Yummy!!! The meatballs were very tasty, I made them just as specified with great results. I also made you Authentic tomato sauce to with them, put all the ingredients in the crock pot for about 5 hours on low...will make again. Thank You.
The entire family enjoyed these! They are easy to make and wonderfully tasty. Thanks so much for posting this recipe - it is fantastic! :)
Yum! The kids gave these 5 out of 5 stars, so were a winner in our house! I followed the recipe as is, using a crockpot to let them cook all day. I didn't have time to make my own sauce, so used 3 jars of Prego and that worked just fine. We have plenty of leftovers! Thanks for this delicious recipe!
I have made these meatballs 4 times now , and have tried browning them first before putting in the sauce and they were good , but following this recipe as written is better. Cooking the meatballs in the sauce is the way I liked the best, but it does make the sauce greasier. I just used a paper towel to skim the grease off the top and and it worked great. Thank you for sharing such a wonderful recipe..
These are amazing! Made them almost exactly as directed, except I baked them in the oven instead of dropping them in the sauce. Came out wonderfully! When I make my own sauce I will drop them instead, I bet they are divine that way.
WOW! These were so awesome! I have never cooked meatballs right in the sauce before, and was so impressed with the results! Be sure to make them with Allie's sauce recipe #92096, you will be so happy you did! Fabulous recipe, Allie! Thanks! :)
These were great meatballs!! I added some sauteed onions and basil. I did not have the 3 hours to simmer in the saucce so I baked htem at 400 degrees for 25 minutes, give or take. I also used lean ground turkey and they were still really moist! I really liked this recipe! Thanks!
I made this the day before yesterday with the matching sauce recipe. Haved the tomato amounts but doubled the seasoning in the sauce recipe as we like it "spicy" but made the meatballs exactly as given. I did put the wet ingredients into a bowl, mixed them with my electric hand mixer, added the dry ingredients and the meat, mixed again; the meatballs were easy to form and stayed together despite the long cooking time. As my burners are hard to get low enough for a long time simmer, I put the pan with the sauce and meatballs in the oven at 325F for the three hour cooking time. My DH loved the meatballs. Reheated in the oven last time for another great meal.
Made exactly, except I used Italian Bread Crumbs. Who'd of ever thought of dropping them in raw? I was amazed that this worked...but it did! They held together nicely and were very moist. They worked perfectly with your sauce recipe. Thanks.
I pan seared the meatballs first for about 5 minutes and added my gravy directly into the skillet. Delish!!
This was my first time making meatballs so I was kinda scared! I used lean ground turkey instead of ground beef since that was all I had. Added a little more breadcrumbs to the mixture because it was way too soggy I thought, but They turned out great. I simmered them in sauce for about 4 hours I think. My family agreed these were the best meatballs they have ever tasted. Thanks for the recipe I will be making it many times over.
There are better meatball recipes on this site
Love how they came out!!!!? They are excellent.. Thank you for sharing?
I made these and there were beyond fabulous. I did make a few changes. I baked them for 20 minutes in a 350 degree oven. I also only used a 1/2 pound ground beef and a 1/2 pound italian sausage. As I pulled them out of the oven and transfered to a cooling rack the family was reaching over me to eat them. I froze what little I had left for later use.
I&#039;ve made a lot of meatball and these were easy and delicious. The only thing I did different was brown the meatballs in a little olive oil before putting them in the sauce. Perfect
I made these by the directions except I baked in the oven on 350 for 25 minutes, and made about 22 large meatballs out of it. They were good and tender, I liked that. Not sure about the flavor. I don't know that I like that much parm, or maybe its the parsley. Not bad. I should mention I'm only used to Tempre mix. *EDIT* The more I ate these (only on sub buns toasted with garlic butter) the more I loved them. UPDATE: 2/10/10 These are even better with ground turkey, but don't cook them in oven too long, maybe 15 min MAX. Keep watch on them.
Very good meatballs. So simple yet delicious! Thanks for sharing.
I couldn't believe when I saw your recipe. It is the same as Mommom Fazzio&quot;s that was passed on to me over 25 years ago years.. There is only one difference. The 1/4 cup milk. Which I am going to give it a try next time. This recipe is so good. I find by dropping them raw into the sauce. It makes the taste and consistency of the sauce so much better. People rave about my meatballs and sauce. I never had one negative comment. I was even asked to make meatballs for a friend's wedding. Everybody knew they were homemade and was asking who made the meatballs. . They are so good I even had people fighting over taking home the left over sauce. Of course there wasn't any meatballs left, there never is whenever I make them for an occasion . I'm telling you, you definitely want to use this recipe you'll love them! PS Works great in crock pot or slow cooker too! D. DePaolo
This is a great recipe, very similiar to one from a crockpot cookbook I have. I HIGHLY recommend omitting the milk, and use SOUR CREAM instead. Yum!
I made this along with the sauce recipe (92096) did not have the cloves or the oregano but it still came out very good although my sauce was almost all gone by 2 hours. Will be making this again. Thank you for the great recipes.
Made these awhile back. Wonderful. I froze about half. They taste beautiful even after frozen
I love meatballs, but hate the soy filled junk available out there for purchase. I searched for a meatball recipe that was easy, with simple ingredients, and a high star review rating... I FOUND THE PERFECT ONE!!!! I don't cook at all, that task is my husband's talent not mine. But I was determined to make these myself, and I did!!! I showed hubby this recipe and he suggested two changes: 1) double the recipe but double the meat by including a pound of sweet Italian ground sausage, and 2) use Italian spiced breadcrumbs. IT WAS AMAZING!!! The only things I would change after having made these is to not double the salt when doubling the recipe, and use onion salt instead of table salt. This recipe will grace our table often, and there will never be another soy filled meatball to cross my lips ever again!!! Thank you for this great recipe!
mmm... absolutley delicious! after serving these for the first time, my dh remarked "your meatballs have sure come a long way, babe!"
I really enjoy this recipe, its easy enough and everyone loves it. I do pan sear mine just to brown on the outside a little bit, and then put them in my sauce. I don&#039;t like my meat balls &quot;super soft&quot; and That helps a lot to make the outside firm and the inside nice and soft.
Yum!!! My first attempt at making meatballs and it was a success. Only two things I did differently. 1. I used italian style breadcrumbs (they were in my pantry and needed used up), but I kept your spices the same. 2. I baked them in the oven at 400 degrees for about 20 minutes. I want to freeze them for use later. When I baked them I used metal cookie cooling sheet (the one with slots) over my cookie sheet so the grease would drain.
Excellent recipe! My 4 year old loved making these with me and they were so easy to put together. I cooked them in the crockpot for 4 hours on high and they were great. My DH was watching football all day and kept commenting on how good they smelled. They were not mushy at all, but very tender and firm and nicely seasoned. These will be the only meatballs I make from now on, thanks :)
Perfect! This is the first time I made meatballs and tomato sauce. I used your recipe for the tomato sauce and it came out wonderful. I substituted a few ingredients to make it 'healthier'. I used ground turkey, egg beaters, skim milk, and whole wheat breadcrumbs. I couldn't tell the difference, it was wonderful!
I didn't really care for these. They did not hold their shape and basically, I made a spaghetti meat sauce. I tried the recipe twice and was very careful about overworking the meatballs. The flavor was alright, but I didn't think it was anything extrordinary
VERY good. I used Italian flavored bread crumbs the first time, and a little bit of onion the second time that I made them. Proud to serve these to my guests.
Great recipe. The whole family loved them! I added Italian seasoning and used seasoned bread crumbs.
Delish!!! Husband agrees best meatballs he&#039;s ever had. Being Italian that says alot!! This is in my favorites binder. Really really good.
My family loves this recipe the meatballs are just wonderful. I add 1lb of ground pork. I added shredded mozzarella with the other cheese. I bake at 350 for 20 min then place in crockpot with sauce it's just so good
I have been looking for a perfect authentic meatball recipe for 20 years now. I love Italian food! This is IT!. I did make a few minor changes. I doubled the meat and used 1 lb of pork and 1 lb of ground beef. Doubled the rest of the ingredients and did use homemade 2 day old french bread crumbs. Used 1 tsp of fennel seed-yes it does make a difference. It gives Italian red sauce dishes that indescribable &#039;something&#039; that makes Southern Italian dishes authentic in taste, and a small pinch of grated fresh nutmeg. Not sure why some reviewers had a tough time town the meatballs being mushy or falling apart. They cook in the sauce, so if cooked for the required time, it works to perfection. I do not cook my meatballs except in sauce anymore because they just come out tender and succulent in sauce only. Try this recipe and do not cook the meatballs ahead of time. Thanks for a wonderful recipe!
I give honest reviews. I make the recipe EXACTLY as submitted, then suggest any changes. This is an excellent recipe. I made it for a houseful at Christmas, doubling the sauce and quadrupling the meatballs. Forty-eight meatballs fed 12 adults and 6 children with a few left over. Plan 2 to 3 golf-ball size meatballs per person. Not browning made the recipe much easier and allowed the seasonings from the sauce and meatballs to wed. The consistency was well-liked. I was afraid of 12 whole cloves (6 doubled), usually a piercing flavor not present in most sauces.The flavor diminished as the sauce finished cooking. It definitely adds a nice demention. I suggest, if you are still worried, that you use half the cloves called for and add ground, if you regret the change. I would like to take off a little of the tomato sharpness of the sauce. Adding soda is a horrible idea; you want to smooth out the flavor, not ruin it! I'm going add a couple pounds of pork neck bones which will make the sauce slightly richer, smoother and very slightly gelatinous. It will stick even better to the noodles. (Thanks for the suggestion from a very authentic Italian friend.) That batch starts right now.
I used ground turkey because we're not big red meat eaters and they STILL turned out great. Nice & moist & flavorful. I must confess I didn't use your sauce because I still had some of my own that I had frozen, but I'll try it another time. Thanks for a delicious recipe.
Easy - delicious - just didn't make enough, but that's my fault. I used romano - but I doubt there is much difference. My DH wants a crunchier outside so next time I might bake/broil them.
Is it safe to put raw meat into a pot with sauce?
Finally, The best meatballs recipe by far!! I can&#039;t believe how perfect they come out every time I make them. I use to hate making meatballs because I was always unsure how they might come out. I was never satisfied with the texture. This will now be a part among my favorites. God bless BRATS!
That's a good meatball!
I usually just wing it when I make tomato sauce and meatballs and they've always been pretty awesome... but I figured since I wanted to make the BEST sauce and meatballs I'd give this recipe a shot. After all, it got so many rave reviews. I must say I'm pretty disappointed. I made the accompanying sauce and found it to be a bit bitter and bland- I usually just use whole tomatoes in my sauce, not tomato puree. maybe that's it. And the meatballs- definitely bland, as others have mentioned. Also a bit crumbly and soft. I wish I had broiled them for a few minutes like I usually do. I also usually use waaaay more parm, parsley, and seasonings, and use wet bread instead of breadcrumbs. Oh well, I guess they just weren't for me! At least I don't have to search for the best meatball anymore :)
This is the best recipe I have found for meatballs to date....dropping them raw into the sauce worked great - added flavour......I'll make these again.
Have been looking for a meatball recipe forE-V-E-R! I went out on a limb and decided to go big or go home and use the entire 7 lbs. of ground meat that I had...it wasn't a mistake. These meatballs got rave reviews from my particular stepson and I found the seasoning was just right! I would highly recommend this recipe to anyone. Thanks.
I made these expecting some really good flavor, but they were very bland...about like the frozen ones I bought in the freezer case. I have a better recipe and will continue to use that. I probably will not make these again.
Very good, went over well at the family get together. All of a sudden they were all gone. I also did them in the oven to dry the outside and very lightly brown.
Great recipe. Instead of putting the meatballs in the sauce immediately, I chose to bake them, freeze them, and save for later use. I made the recipe as stated but quadrupled it, which made about 80-85 meatballs. Then I put them on a rack (which I sprayed with cooking spray) and put them on a cookie sheet. I baked them for 18-20 minutes @ 350 degrees, just enough to lightly brown them, but cook them thru. Then I let them cool and layered them on parchment paper in a large freezer container and froze them to be used as needed. When I make my spaghetti sauce, I place as many meatballs as needed in my sauce as it is cooking and they thaw out while cooking. Sometimes I have used 1/2 seasoned bread crumbs and 1/2 plain bread crumbs. The meatballs are good but just a little bit more spicy.
Your meatballs are THE BEST. Made them for my sons All Around the World day at school and everyone loved them. And may I point out it was 8:30 am and kids/parents were chowing down meatballs and spaghetti, that's how good they are!!! My husband had a test tasting and he literally was speechless. From now on, I have to make these every week. Thank you so much for sharing!
This recipe is the best Italian Meatball recipe ever! My brother doesn't like meat really but you should see his plate when I make these bad boys! It's loaded. I have made these spot on the only thing I prefer to do I start them cooking in the morning so they have like 10hrs to cook. I think they absorb the flavor of the sauce better. Kudos to the creator of this recipe.
These were so great and so easy! I have never made meatballs because I thought they were difficult! They're not! We had these on meatballs subs. I followed the recipe exactly. They are very good.
I always bake them at 350 degrees for twenty minutes then put in sauce. Delicious!
These are by far the BEST meatballs EVER! I made them for my partner and his response was - "If this is what meatballs taste like - then I've never tasted meatballs before!" A fabulous recipe that I will use time and time again.
Exactly as I remember on the West Side of Chicago home cooked by my Italian friends. I would not change a thing.&lt;br/&gt;&lt;br/&gt;Perfetto&lt;br/&gt;Queste polpette sono un vero affare!
These are really good. They're light, easy to make and absolutely delicious.
Hands down these meatballs are AMAZING and the best I've ever made! I have made them at least a dozen times over the past year and figured it was time to write a review. I follow the recipe exactly most of the time. Sometimes I will be lazy and use dried parsley rather then fresh and it still turns out great. These meatballs are very quick to prep. I skip the &quot;simmer for 3-hours&quot; step and stick these babies right into the crockpot with a jar of sauce on low. Who wants to babysit a pot on the stove for 3-hours??? They come out perfectly tender, but never mushy, every time. I've brought these for potlucks and company functions and always get rave reviews. I've started making big batches and keeping a bag of meatballs in the freezer for quick week night dinners. I highly recommend this recipe. You won't be disappointed.
Love this recipe!! Easy and delicious! It uses ingredients most people keep on hand and doesn&#039;t require hard to find components or tools. I followed the recipe exactly...BUT due to time constraints, I browned the meatballs and cooked them halfway through in a pan lightly coated with olive oil before adding them to my sauce. The meatballs are seasoned well...not too much...and moistly tender...not mushy. FANTASTIC RECIPE!! I will be making them again!
I have been using my own version of this for years. The only differences are 1) I dont measure anything and 2) I use, like true authentic Italians do, chopped beef, chopped pork, and chopped veal. YUM!!!&lt;br/&gt;&lt;br/&gt;Now as for mushy... I have always cooked my meatballs in the sauce for many hours and never had that issue. I think maybe if you are that perhaps you added too much egg. I dont know for sure though. To me cooking them first loses the flavor for the meatballs and the sauce.
I am a vegetarian. I needed to make dinner for SEVERAL non-veggies. I also made the sauce that this recipe gives reference to. EVERYONE one of them were blown away with the meatballs!!! No one could understand how someone who does not eat meat could cook meat this awesome. <br/><br/>I doubled the recipe and came out with about 50 meatballs. I was just told this morning I need to make 200 becasue 50 is not enough!! BLESS this recipe. Next time I will cook for the 3 hours and then freeze them. THANK YOU!!!!!
Love this meatball recipe! I bake them instead of putting them directly into the sauce though.
I like the recipe, very basic, I read reviews about how bland it is so i added onions and garlic instead of garlic powder. and read a past review about putting the meat balls in the broiler for 5 minutes, which i did.. and it turned out great... will make again for sure
Finding a great meatballs that is so good and not heavy was difficult until this recipe. Going to a party and bringing them. I did bake them first and will put in the sauce in the crockpot tomorrow. I am sure they will be a hit
These were absolutely delicious! I'd never made meatballs before, and now I won't make spaghetti without them!
I did not make this recipe as printed. Let me preface this. I am a retired chef with extensive Italian cuisine knowledge. This recipe can be found in several of the old Betty Crocker, Joy of Cooking etc... Proper Italian meatballs are usually made with 2-3 types of meat. Beef, pork, and veal. Veal as everyone knows is pricey and can be left out. No cook worth his/her salt would use garlic powder instead of fresh garlic. Milk may be OK in meatloaf but never in Italian meatballs. There should also be some fresh/ dried oregano in the mix. Other than that meatballs are not rocket science. This meatball recipe works and produces a good meat ball. True Italian they are not.
Amazing meatballs. The best I&#039;ve had were in Rome and this is a close comparison. I love my meatballs moist and cooking them straight in the sauce pot does the trick! I add 1lb of lean pork with the 1lb of lean beef and double the ingredients to make 27 perfect meatballs. Make the spaghetti sauce included in this and it all comes out heavenly! Stir often so that the pot doesn&#039;t burn and your meatballs don&#039;t either. The sauce tasted better after it&#039;s sit for a bit - especially the next day. A thick, perfect sauce. Can&#039;t say enough about this recipe - THANK YOU!
This is by far the best meatball recipe I have ever made and the best meatballs I have ever eaten. I was hesitant to cook them in the sauce based on some of the other reviewers but im glad I did they came out perfect and not mushy at all. Cooking them in the sauce really enhanced all the flavors! I made an extra batch for meatball grinders. I am so happy I tried this recipe it was perfect. The only thing that i did different was cook them for less time. I had the cover on the pain while they were cooking and used a jar sauce but they cooked in about 2 hours instead of 3. Thank you sooo much for sharing this recipe!
I'm not sure about these... I almost found them a little mushy. I am a texture freak though, and what bugs me likely wouldn't bug others. The flavor was good though.
Great recipe!! Really enjoyed the meatballs. I browned mine in a skillet and added them to Ina Garten's recipe for sauce. It was perfect!
These were awesome! I used italian seasoning instead of oregano since that is what I had on hand. I also didn't have the time to simmer these for as long as the recipe stated, so I baked them in the oven for thirty minutes and added them to spaghetti sauce <a href="/47491">OH MY!!! Spaghetti Sauce</a> and let it simmer for about 20 minutes. Next time I want to double the batch and make meatball subs the next day with the leftovers. Thank you for a fantastic post!
Can't say enough about these meatballs! Super-tender and lightly flavored (Fresh Parsley really brings it home!). Made these for my In-laws (whole family) over the holidays and, The entire cooking time, my MIL swore they would crumble apart and we would have meat-sauce. She just couldn't be convinced that it would make great meatballs! When they came out beautifully, she didn't have a thing to say. Meanwhile, while eating dinner, my SIL actually said...&quot;Wow, these may be the best meatballs I ever had&quot; :-) I gave up my old recipe in favor of this one! Thanks for a great recipe! P.S. As some have mentioned, the key to keeping the meatballs from falling apart is a) Pre-heat the sauce that you will be keeping them in and b) If you MUST stir, be extremely careful so as not to break up the meatballs! Enjoy!
Made these meatballs 3x now, the best ever! Wife disliked meatballs until I made these. Now its like once a month and we love them. One thing I did the second time around is pop them in the oven at 350 for 5 min then put them on the stove just to firm them up a little.
My husband likes meat, I don&#039;t. To compromise and make it easy for all, I wanted to make meatballs to be able to pick out the meat but never made them before. I always just cooked the ground meat til brown and threw it in the sauce. Found this recipe, made them and absolutely love them. I will be eating meatballs with my spaghetti from now on...and so will hubby. Thank you very much for this fantastic recipe!
These meatballs are DELICIOUS!! My husband and I eat them on subs with mozzerella cheese! I recently went to TGI Fridays and ordered their new meatball appetizer and did not enjoy them at all.. theses are WAY better! Super yummy
As if this needed any more reviews, but I couldn't help myself. I made these for supper last night and I was in heaven! These were just like the meatballs the italian ladies would make for my grade schools spaghetti dinners. Cooking them in the sauce helped to give them that melt in your mouth taste I've been searching for and it makes the house smell gorgeous. Thanks for the recipe, I will always use this!
I was in such debate on following the recipe or popping them in the oven for awhile because of the reviews. &lt;br/&gt;&lt;br/&gt;I&#039;m glad I followed the recipe (although i did add extra spices) , one thing is... they did NOT turn into mush. They came out firm and tender.&lt;br/&gt;&lt;br/&gt;&lt;br/&gt;&lt;br/&gt; Great taste, my boyfriend I enjoyed them.
These are by far the best meatballs I have ever had! Made them and my family went crazy over them..no need to look at any other recipes. Thank you so much for sharing this!
Locatelli is a bit pricey for meatballs. Any other pecorino romano will be just as good.
Not bad..maybe .a bit heavy on the oregano (it overpowers things a bit) and really, the perfect meatball is made from pork (or at least a mix of pork and beef) and should be fried or baked before simmering in the gravy. If you _must_ cook in the gravy without first frying, then less breadcrumbs might be a good idea so they don&#039;t go mushy&lt;br/&gt;But hey...those are just personal family preferences handed down to me. &lt;br/&gt;Whatever floats your boat (or, your meatballs, as the case may be) is ok by me!&lt;br/&gt;:-)
This recipe is so easy to follow and is kid approved! My boys loved them.
I am a second generation Italian American. This is the exact recipe I learned as a child!! The key is mixing it with bare hands by kneading and squishing.<br/>If you want to make them "gourmet", add raisins to the mix before rolling tha balls..
Yum!!
This is almost the identical recipe to the one my Aunt got from a little old Italian lady she worked with....EXCEPT for the milk. I just had to try this to see what difference if any the milk made. And it DOES make a difference! You get a much more delicate textured meatball by adding the milk. I followed directions exactly except for doubling the recipe. One bit of advice I would offer is make the meatballs with slightly moistened hands...works SO much better. Thanks Allie-Pie for this recipe, I will always add milk to my meatballs from now on!
OM...Goodness! Hubby was complaining that he hadn’t eaten a good meatball in forever...so I found this recipe and he LOVED them! I mean LOVED!! I’ve made them at least 10 times and even for other family...truly amazing and I wouldn’t change a thing! Thank you for posting! And yes...I also made the sauce...so easy and I will never buy jarred sauce ever again!
I usually bake my meatballs on a rack but thought I'd save some time and try this method. BIG MISTAKE! I followed the recipe exactly, while these meatballs had a good flavor, the texture was mushy. I did learn a valuable lesson though; if you want good meatballs, with a nice texture, don't try to rush them. Take the extra time to bake them before adding them to your sauce.
I made these last night for meatball subs and they were fantastic. I had never made meatballs before but they turned out very moist and delicious. Thanks! <br/>Oh, and I also baked mine at 400 for 20 minutes.
